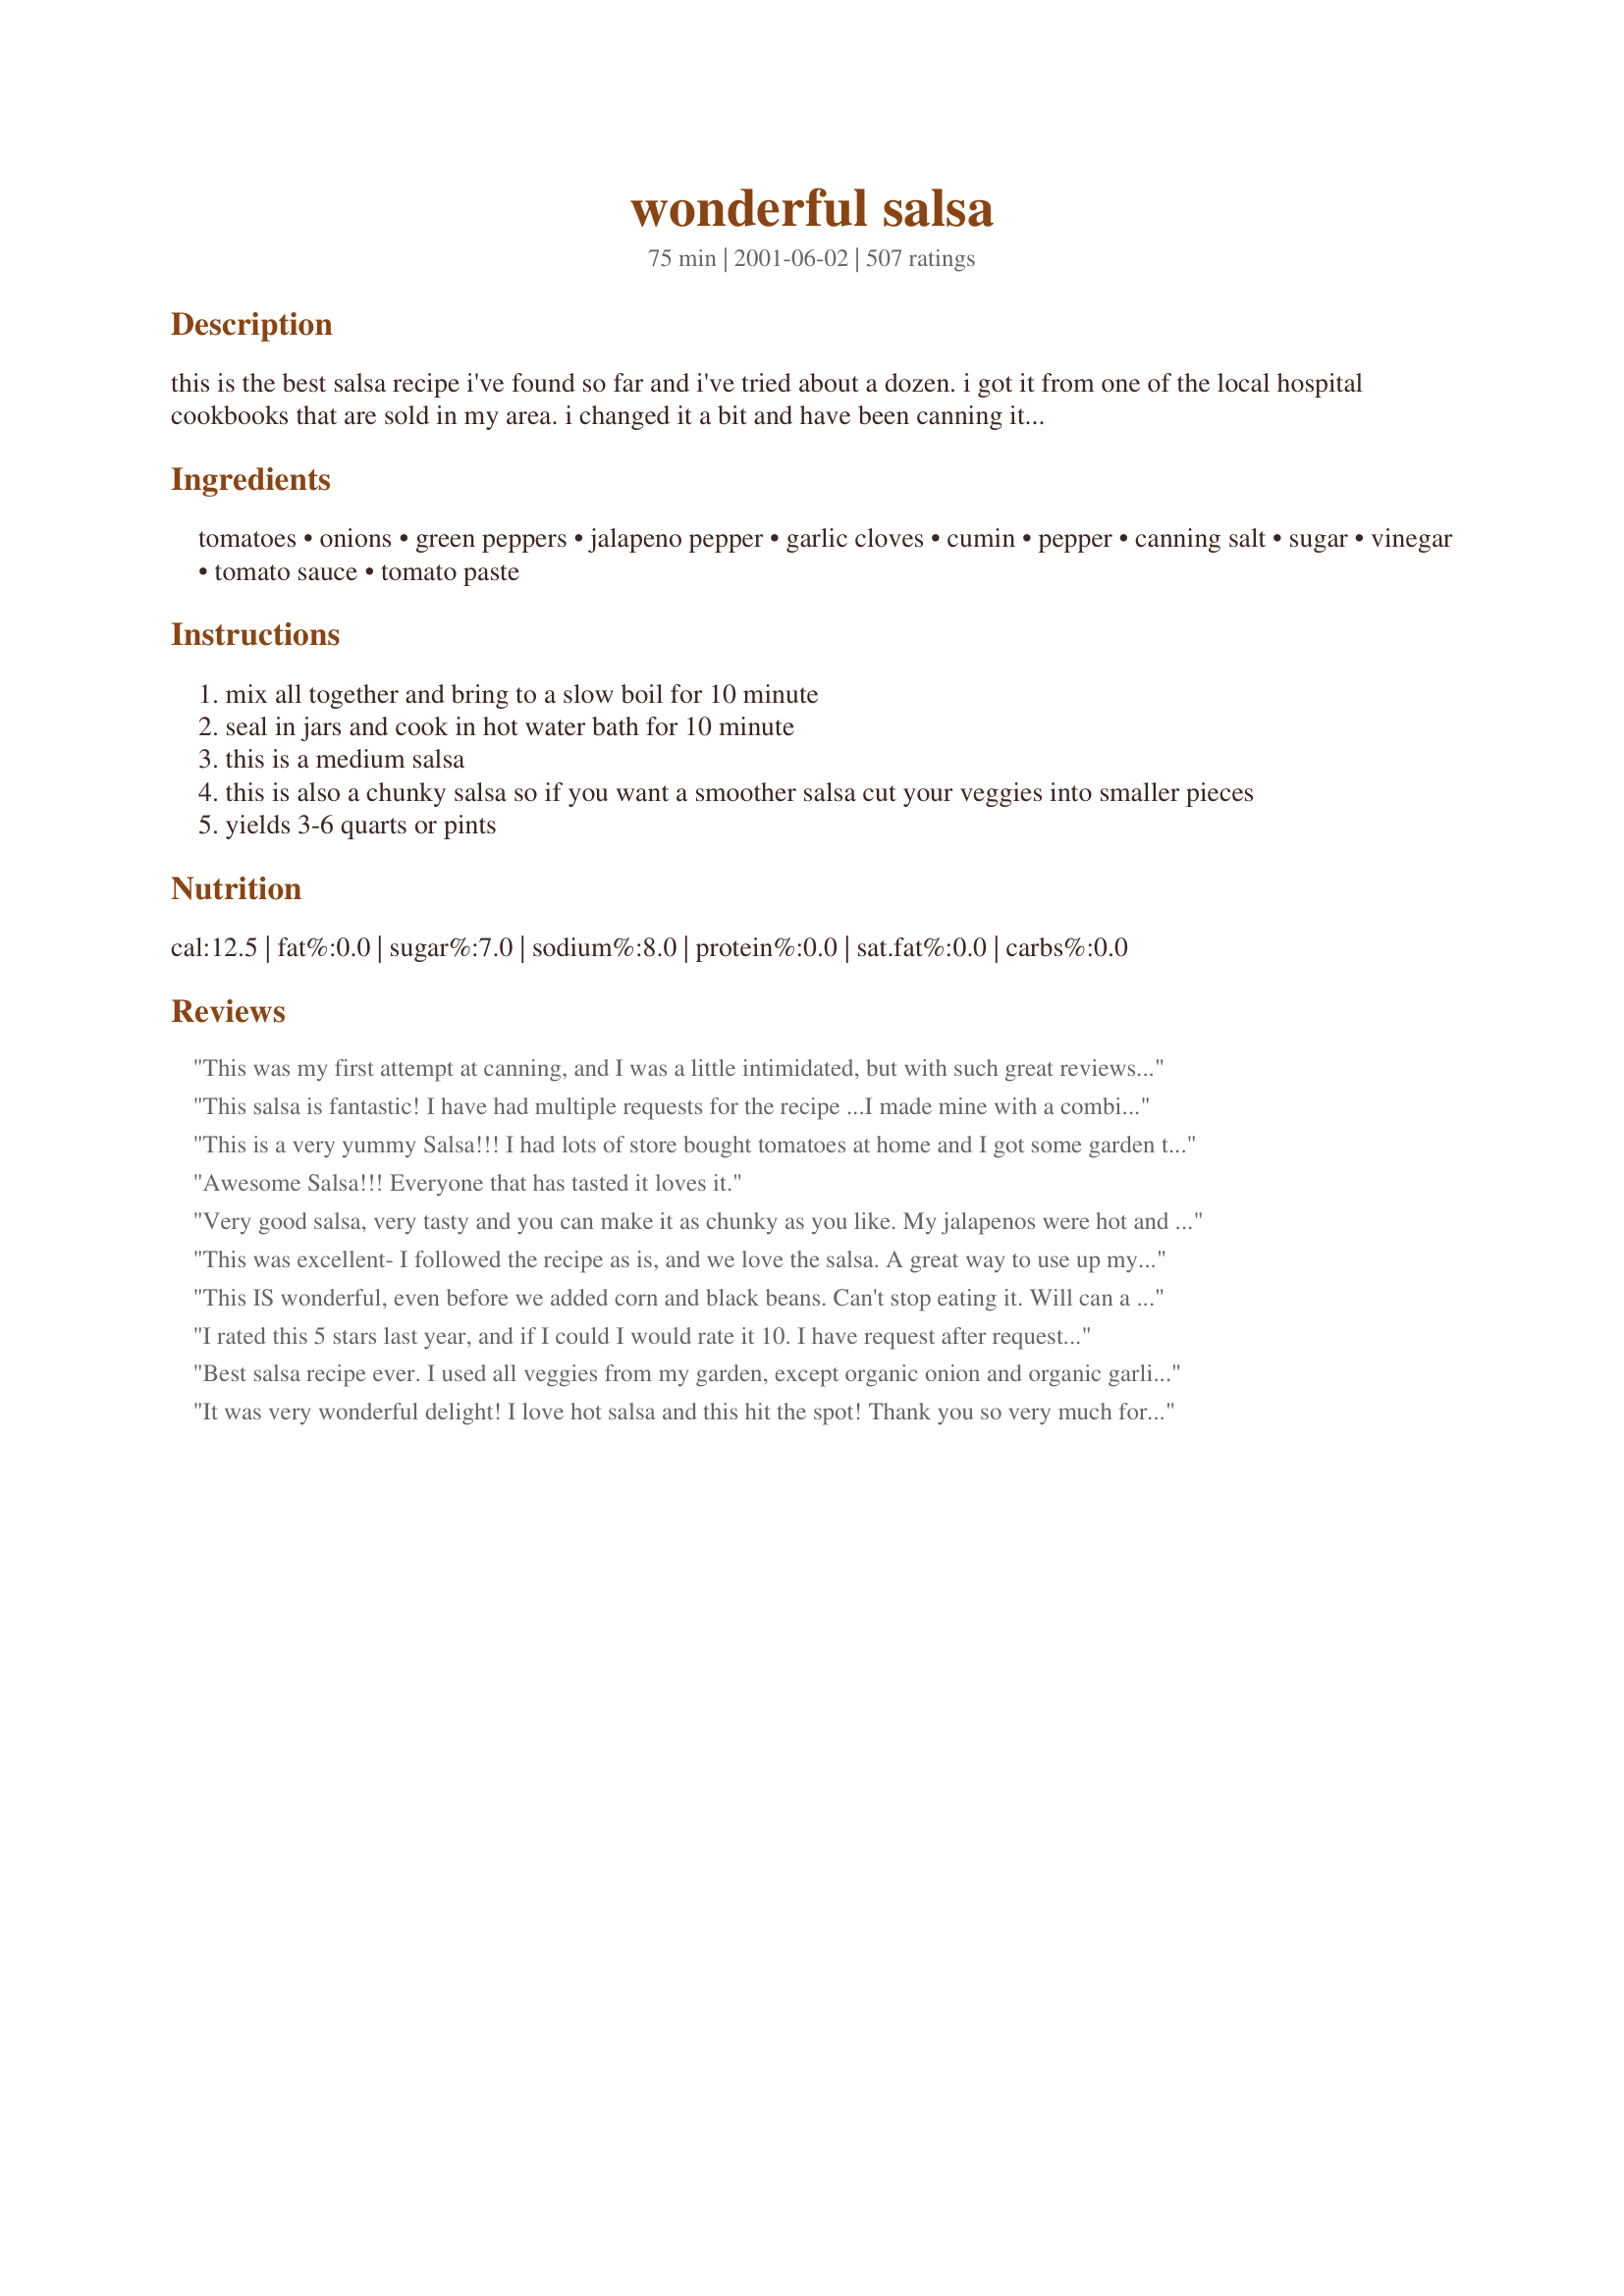
wonderful salsa
Preparation time: 75 minutes

this is the best salsa recipe i've found so far and i've tried about a dozen. i got it from one of the local hospital cookbooks that are sold in my area. i changed it a bit and have been canning it for years. the reason i plant a garden is for this salsa. we would be lost without it. hope you like it as much as we do. one of our members who is a food scientist took this salsa to work, tested the ph and found it measured under 4.0 (well within the safety limit for boiling water bath processing).

Ingredients:
tomatoes, onions, green peppers, jalapeno pepper, garlic cloves, cumin, pepper, canning salt, sugar, vinegar, tomato sauce, tomato paste

Steps:
mix all together and bring to a slow boil for 10 minute
seal in jars and cook in hot water bath for 10 minute
this is a medium salsa
this is also a chunky salsa so if you want a smoother salsa cut your veggies into smaller pieces
yields 3-6 quarts or pints

Reviews:
This was my first attempt at canning, and I was a little intimidated, but with such great reviews, I had to try it. I made this in my pressure canner and only threw in a spoonful of sugar. Otherwise, I followed it correctly. I like my salsa smoother, so thats how I made it. It is so tasty! just the right amount of heat. I cant wait to share it with my family!!
This salsa is fantastic! I have had multiple requests for the recipe ...I made mine with a combination of plum, red and yellow tomatoes. It is fantastic!!
This is a very yummy Salsa!!! I had lots of store bought tomatoes at home and I got some garden tomatoes from a friend..so I thought what better way then to use it like this. I only had about 5 cups of tomatoes so I used:
2 cups of onions
1 1/2 cups of green onions
1 tablespoon of jalapenios (just for the taste and I did not want it spicy)
3 cloves of garlic
1 teaspoon cumin
1 teaspoon pepper
less then 1/8 cup canning salt
NO sugar
less then 1/3 cup vinegar
1 can of tomato sauce
Almost a whole can of tomato paste

It turned out really really good!!! Thank you!!!
Awesome Salsa!!! Everyone that has tasted it loves it.
Very good salsa, very tasty and you can make it as chunky as you like. My jalapenos were hot and I left all the seed in so it made a medium hot salsa, which is what I like. I may cut back or not add the sugar next time, I will see how everyone else likes it before I change anything, the sugar is the ONLY thing I might change. A definate keeper, thank you for the recipe!
This was excellent- I followed the recipe as is, and we love the salsa. A great way to use up my tomatoes and chilis!
This IS wonderful, even before we added corn and black beans. Can't stop eating it. Will can a bunch!
I rated this 5 stars last year, and if I could I would rate it 10. I have request after request for a jar of the Salsa. It is gone before the jars cool. Thanks again Jazz- it is definitely WONDERFUL SALSA
Best salsa recipe ever. I used all veggies from my garden, except organic onion and organic garlic. I added 6 green habaneros, cause they weren&#039;t orange yet. I also only used 1 tbsp sugar because garden tomatoes are sweet. This is seriously good. I canned 6 pints a week ago. I am now making another batch with more habaneros. This will stay in my canning recipe book. Try it, you be addicted.
It was very wonderful delight! I love hot salsa and this hit the spot! Thank you so very much for this recipe!
OMG...this is the BEST salsa ever! I moved from Texas to Kentucky last year. My husband had a garden, but no romas. This year I asked him to plant me some so I could make my own salsa and this is definitely the recipe to use! <br/>I used all roma tomatoes and didn't peel them. I threw them into my Ninja chopper and saved a lot of time. I also added a "bunch" of cilantro. The smell while cooking was fabulous! I too used freezer bags instead of jars. Easy...easy...easy! My husband said we need to make more of this! LoL
My husband said this was the best salsa he ever had. The only thing different I did was to add 1 tablespoon of garlic salt instead of fresh garlic..which I didn&#039;t have. We love it. Thanks for posting.
Incredible. Our only change was to eliminate the sugar, as we don't like sweet sauces and salsas. Left the seeds in the jalapenos, so it's nice and spicy. Yum! Thanks for the recipe.
I signed up just to write a review. I am a good gardener, and every few years I try to bottle salsa. Every few years, I swear I won&#039;t do it again. All of the recipes taste too vinegary to me. Well, this one hit the mark. I added half of the cumin because we&#039;re not fans and 2 cups more tomato because I had them. This is a recipe that tastes like salsa and not vinegar. Thankyou.
i've been making this salsa for 4 years ...veryone in our fam and friends love it cant wait till make more.....
Delicious! When I make another batch next year I will decrease the sugar to around 1/4 cup for I found it sweeter than what I'm used to.
Excellent post Jazze22- Thank You very much for sharing this
I have looked everywhere for a good recipe for salsa that doesn't turn out watery. This is it by far! I doubled the recipe....the only thing I didn't double was the jalepeno amount. I also added some fresh cilantro. I processed my quart jars for 20 minutes instead of 10, then I turned off the heat and uncovered the canner for 5 minutes before removing the jars and letting them cool. Awesome recipe!!! Now if I can just find a spaghetti recipe that cans as beautifully as this I would be happy as a clam.
Great, Great, Great. I used the tomatoes from my garden, home grown tomatoes nice firm tomato making a great thick salsa. thank you.
I likewise have tried several other recipes for salsa and this is definitely the best one. I made my first batch exactly as the recipe stated and then made just a few changes to the next batch, cutting back on the sugar and using only the small can of tomato paste and it turned out wonderful. I have several family and friends who love salsa and am planning on giving it as Christmas gifts this year.
What a GREAT salsa!! I followed the recipe to a T (except I didn't find it necessary to peel the tomatoes) and it was absolutely finger lickin' good! DH and I can't get enough of it! I jarred one bottle, and I froze the remainder (in 2 ziplock containers). Next get together we have I'm whippin' out the homemade salsa :)
just really good and spicy salsa
~*~ Excellent Absolutely Excellent ~*~ The only changes made I used hungarian wax peppers. This salsa has the right amount of tang to it. I also strained the excess juice and canned it for soups or chili. Which made it a nice thick slasa. Thank you for such a great recipe.
we tried this recipe last year and loved it .so we are making it again .our familes ans friend raved over it .they are asking for the salsa
Seriously....WOW! I omitted the sugar and added chili powder instead of cumin. Omitted the green pepper as well (not very fond of them). This is just fantastic! I'm waiting for my jars to sterilize as I write this and I'm not sure the salsa is going to make it to the jars....again...WOW! Thanks so much for posting this recipe.
This is a flavourfull, guaranteed to come out great recipe!
Thanks for this one.
This Salsa is fabulous, my husband gave it a 10 and said it's the best I have ever made. There always seemed to be something missing in my other salsa recipes and I discovered that it was the cumin. I think if I wanted it milder I would reduce the amount of cumin but it adds such a dynamite flavor I wouldn't eliminate it completely. Thanks so much for posting it Jazze22
I can't believe I haven't posted my review yet - this is the second year I've canned using this recipe. I wish I could give more than 5 stars - this is fabulous! It has enough 'heat' and great texture - is nice and thick. I canned 47 pints of this last year and only have 4 left! We ate most, gave some away as gifts. Everyone who tries it raves and begs for more. The entire family loved it, including all the in-laws. This is now my permanent food assignment for family get-togethers. I changed very little - the recipe is awesome as it is. But in a few batches I added red hot chilis for more kick. I'm adding a couple of serrano chilis this year. Thanks for sharing it!
I quartered the recipe and made a mistake with the salt (I'm not used to cup measuring) but apart from that it was very nice indeed.
this salsa took a while to make. but it tasted great. i will make ths many more times.
Have made many times now -- I like my salsa spicy so I use 1 habenero pepper and I do not include any sugar. LOVE this recipe
I love this salsa! I added extra garlic. Thanks for posting this! Five stars from me!
We loved this recipe. My husband and daughter ate 1 quart the first day. We added 1/4 cup of cilantro to it.
I love the flavor, but I don't know it was so hot. I put in half as much hot peppers as called for and it still was too hot for us, next time I will put in a quarter of whats called for. Otherwise I wouldn't chage a thing.
I guess I'm the only one who didn't have a raving success with this recipe. I couldn't get the darn stuff hot enough! I added the whole cup of jalapenos and even some seeds, I even omitted the tomato paste (as to keep the salsa closer to fresca in texture), but when all was said and done my two batches cam out as just flavorful tomato sauce. Arg! I did enjoy the flavor though so I think this recipe is worth tinkering with. Sigh... next canning season.
Just made this salsa. I hadn't even closed the page before I wrote this review. We are eating this right out of the pot. Sooooo good. I added 2 cans of crushed pineapple and it is amazing. Great job and thanks for sharing.
Sept. 20, 2009
Just needed to update my review. I have been making this recipe for a couple of months now. It seems to get better every time. My manager took our staff out on his boat this weekend... I broke out the salsa, made the night before with fresh peppers out of the garden. There were so many people trying to eat the salsa at once, the boat tipped forward and started to take on water. It is now known as Boat Sinking Salsa.
Hubby eats salsa all the time...he said this one was OK, but I think it was because it was hot, in the spice sense. I plan on making it again (I have an overabundance of tomatos from the garden), but using less jalpenos and less cumin. I thought it was good, just too spicy. I am keeping the recipe though, it will make a great christmas gift to my family members who like hot salsa. Thanks for the recipe! :o)
I made this last night and it is delicious!! I used Kosher salt,a s I had no canning salt, and cut back on the jalapenos a bit. Perfect!!
Yummy, Yummy! This is my first year canning and I am so delighted with how this recipe turned out. I thought I would just try this recipe to improve my canning skills.... what was I going to do with a gallon of salsa? I am ashamed to say it has been 2 weeks since I made the first batch and it was gone the first week. I have since made three more batches... supposedly for the winter, but this salsa will never make it to October. My family is even taking orders. Next year we are planting more tomatoes! Thanks, this is a great recipe. Oh yeah, I did add cilantro about a half a cup.
I wish it were possible to give extra bonus stars for spectacular recipes. My DH & DS love this recipe so much that they don't want to touch the store brands any longer. Which means I am going to have to can some more from store bought, instead of homegrown, tomatoes in the dead of winter in Michigan! When I make it I use 1/2 cup + 1 Tablespoon of canned jalepenos per batch. We also only used 1 cup of green peppers since my DS doesn't like them. We added 1/2 cup chopped celery instead of the other 1/2 cup of green pepper called for in the recipe so that the proportion of other vegetables to the tomatoes wouldn't change. I also added 2 teaspoons of dried cilantro per batch. Quantity canned was about 7 1/2 pints per batch. The second batch I decreased the jalepenos by 1/2 to make a milder version. If you like salsa HOT you should increase the jalepenos. This recipe makes a medium hot salsa. However you make it...It's great with flavor!!! None that we have ever tasted is as good as this recipe! When DH's Uncle tried this for the first time(the med.hot version)...he said to his DW..."please make some of this this summer...but make it a little milder. It's a little too spicey for me!...But boy is it good!!!"
I've been using this recipe since I found it in 2013. Luckily have access to a beautiful garden where I grow most of the ingredients. Every salsa I've given out has gotten rave reviews and requests for more. Because I like to try new things I have tried other recipes in small batches only to find this is still the best recipe out there. Thanks for keeping it posted!
I felt compelled to review this one. We LOVE salsa. I make fresh all the time and I have a salsa recipe for canning from my grandmother that we all love. I am always looking for another, just in case something else will "blow us away". Well this was NOT it. Heat factor is good (that is totally subjective and an be varied of course by adding more or fewer seeds etc) but it does NOT taste like fresh salsa, not even before processing it. And I do not want to go thru the trouble canning salsa that ends up tasting canned. I think the tomato paste and/or tomato juice is the death of the recipe. I will re-review the recipe in about a week. We'll see if just sitting in the jar for a bit will help. And later month or so maybe even going back and making it w/o the paste and juice and seeing if it helps. Maybe I should stick to what we love Grandma's recipe.
This salsa has a great flavor. The measurements were spot on and final product was exactly as posted. I had exactly 6 pints per batch. I did cook this longer but we live at a pretty high altitude so that would explain the need for longer cooking time. This is a definite keeper. Thanks for sharing!
Delicious! I am so glad I came across this recipe! I made a batch 2 weeks ago and it is all gone, making a double batch tomorrow! I love that it doesn&#039;t have cilantro in it, my husband and I are both a part of the population that thinks cilantro tastes like soap - I put some parsley in at the end before canning :) and since we love it spicy I added more hot peppers! Thanks for sharing!&lt;br/&gt;&lt;br/&gt;&lt;br/&gt;UPDATE 8-19-2013 - that batch didn&#039;t last long! Made a double batch this weekend - everyone loves it! Thanks again! UPDATE 9-3-2013 - made the last double batch with more Serrano peppers hoping to slow them down from eating it so fast - it didn&#039;t work making another double batch today!
Made this salsa last night. I added a lime, 1/2 cup of cilantro, tripled the garlic and a few cayenne peppers. I also reduced the sugar to 1/4 cup. It has a good Kick and IT IS MARVELOUS!! I gave a jar to my mom and she called to say that was her dinner last night, She loved it! Will definitely make again, Merci!
This is really good. I like to add cilatro for an extra kick.
This recipe is fantastic! I made it the other night and was a little worried that it would be too hot after seeing the amount of jalapenos the recipe called for. It ended up to be perfect, a mild-medium salsa. Next time I would increase the jalapenos a bit for some more heat otherwise make no changes. Again, this was great, the best salsa recipe I've ever made!
This is by far the best salsa recipe I have ever made and I've made several. I am planning on makeing 2 more batches next week.
Thanks for a wonderful recipe!!!
I have made this twice now and each time I adjusted the hot pepper levels and it is a great recipe to make. Remembered to wear the rubber gloves for the peppers. Great stuff.
this is year 3 on making this wonderful salsa.i've even out this recipe to so many people.they all just love it.
This is probably the best salsa I've ever eaten. My family will no longer eat the jarred store bought. And the more I can the more they eat. I had to make double the batch this year and hope it will get me thru the winter, as I only like to use fresh tomatos. YOU CAN'T BEAT THIS ONE! A BIG THANKS!
Can I add cilantro to this recipe? Would that spoil things for canning???
Very, Very good starter recipe, I pumped up the volume on the Jalapeno's and added a couple of fire roasted harboneros too along with a whole lemon cut in half. We called it "Slap your Sister Three Times" salsa. The three times for the fire in the salsa. Thank you for a wonderful basic recipe!
I followed this recipe as directed and only added 1 cup fresh chopped cilantro. This is a great recipe....we made 5 different ones and this was the 5 star. The one cup of jalapenos I used also had mixed in with them hot banana peppers and the 1 1/2 cup of green peppers consisted of a little celery mixed in...(it was in the fridge feeling lonely).I thought it was like a low medium for heat....although that is subjective. This is the best!!!!!!
This is a great recipe. I will modify my second batch with some real hot peppers - ghost peppers I have grown and apples to sweeten instead of sugar. If it is still too hot from the peppers just add more tomatoes. Enjoy, I love making salsa and do it every year.
I doubled the cumin and reduced the sugar to 1T. It is full of flavor with a bit of a bite. It was a big hit with salsa lovers and non salsa lovers alike. It's a keeper!!!!!!!!!!
This is OUTSTANDING! I used a cayenne pepper instead of a jalapeno because I didn't have jalapeno. The salsa was still mild (which is how I like it). I also put the tomatoes, onions, and peppers in a food processor and briefly chopped them as I like salsa that is somewhere between smooth and chunky. The next batch I will make hot to suit hubby's taste. This recipe goes in my annual canning cookbook. I'll most certainly be making this again. Thanks!!!
This is the best of all the salsa recities out there, and I have tried almost all of them. I get requests for this recipe all the time, and at parties, everyone asks that I bring my salsa. The great thing about this recipe is that you can make it as hot or as mild as you like, just adjust the amount of cumin. An awsome recipe!!!
I altered this recipe quite a bit, but the outcome was absolutely spectacular. I added juice of one lemon, one more cup chopped tomatoes, little more vinegar and salt, almost twice as much cumin, cilantro, and only 5/8 cup jalapenos. I think maybe next time I'll leave out half the tomato sauce or just do away with it and leave the paste because before I added that, it had an overwhelmingly "fresh" taste. It definitely tastes fresh now after adding sauce, but not as chunky and a little less fresh taste. It's "saucy-er" - there is that underlying tomato sauce taste.<br/>Kudos though for the great and simple recipe!
This Salsa recipe was absolutely easy to make and outstanding in taste! And I am a real hard person to please when it comes to the taste of Salsa. This recipe comes very close to a well-known brand that I currently buy in the stores today, and I never thought I would find a recipe and be able to make anything that would come close to it. Thanks again for this recipe; it will stay as one of my favorites in my cookbook!!

Homestyle Cookin' Momma
i love this recipe . i cooked my salsa down so it was nice and thick and left out the sugar . thankyou for the recipe
This is by far the best recipe I have made for salsa!!!! My family loves it, It has a little zest at first but after a few days it is a medium salsa!!!
If you BWB can this salsa, these are the current directions for salsa making from the NCHFP: 
Wear plastic or rubber gloves and do not touch your face while handling or cutting hot peppers. If you do not wear gloves, wash hands thoroughly with soap and water before touching your face or eyes. 

Peel and prepare chili peppers. 
Wash tomatoes and dip in boiling water for 30 to 60 seconds or until skins split. 
Dip in cold water, slip off skins, and remove cores. 
Coarsely chop tomatoes and combine chopped peppers, onions, and remaining ingredients in a large saucepan. 
Heat to boil, and simmer 10 minutes. 
Fill hot, sterilized jars; wipe rims and place lids. 
Screw on bands finger tight. 
Process pint jars in boiling water bath for 15 minutes up to 1000 feet elevation; 20 minutes at 1001 - 6000 feet elevation; 25 minutes at higher elevations.
This is the first time I have canned salsa and this one is AWESOME! I'm going to make another batch because everyone that tries it will want some.
This is the best. I've made two batches and used Cherry Tomatoes from my garden. For the second batch, I added one extra teaspoon of Cumin and a little more hot peppers to make it hotter, more like a Medium hot. I also froze the salsa instead of canning it and used the Gladware containers. I had read a warning from the Cooperative Extension not to can salsa because the vegetables in it make it unsafe to can. I will make this salsa for years to come.
Delicious! I left out the cumin and sugar as the tomatoes were fresh out of my garden, added more jalapeÃ±os and a couple tablespoons of hot chili-garlic paste. Also, After it finished cooking added the juice of one lime and about a cup of chopped fresh cilantro leaves. My whole family absolutely loves it! There isn't enough left to can it so I will make another batch to freeze or can! Thanks!
Just got done making this. It tastes awesome, great texture, not too runny. I did add a teaspoon of habenero flakes for some extra kick. So far this is the best.
Excellent! It's hard to find a good salsa out there. This has just the right zip for my taste. I did reduce the sugar. To make the chopping go faster, I used a food processor. That made it just the right consistancy. This will be my go to salsa recipe from now on. Thanks!!
I didnt want to run to the grocery store so made do with what I had in the house..I used 2/3 cup peperocini peppers and 1/2 cup jalapeno..I used 6 pounds fresh garden tomatoes..I used 2-8oz tomato sauce and cut the sugar to 2 tblsp...We believe this to be the BEST salsa we have ever tasted..The flavor was wonderful,not too tomatoey,or too sweet or too hot...I will be making this recipe from now on..Thank You so much for this recipe..
One more 5 star review can't hurt right! This is an outstanding salsa! Super easy to put together and the family loves it! Thanks Jazze22!!
I think my husband and his friends may flounder on this, it is a wonderful snack and addition to many meals . I have canned over a case of this and will be ready for the garden harvest to make more.
Sounds good, but I make a homemade salsa also. I use Roma tomatoes, NO sugar, (my family likes things hot, not sweet). I add cilantro, garlic, and lots of lime juice! It's delicious!
this is an excellent recipe. I have made three different batches. I do add celantro..thats the onlt thing I add averything else I follow the recipe.
I just made this recipe this morning. I added some tomatillos and some mild peppers. Other than that I followed the recipe exact. It tastes fantastic!!! I used Cherry tomatoes that were given to me. I use a hot water bath and went 15 instead of 10 minutes. Can't wait for my husband to taste it. Thanks for the great recipe and reviews.
Fantastic!!!!! I just made 10 MORE pints to satisfy my hubby! This is great salsa - thanks so much for sharing!
This is a terrific recipe. Very easy to can and wonderfully DELICIOUS!!
during the summer on sundays me, my mother and grandmother pre make and can foods for winter and today tried this salsa. it smelled just like salsa should. we tasted it early with some chips.. it was a little too sweet... but we still kept diping chips into it... we will aslo try less sugar next time... thanks it was great!
Okay, this will be the 4th batch. Yall just have to try this. Everyone wants more. I do most of the chopping excluding tomatoes in the food processor and it comes out great. It really is wonderful salsa!
Change the name to AMAZING Salsa! Folks, it is THAT good! I'm the experimentalist so I tweaked things a bit. I added a can of chipotle peppers in adobe and additional peppers (e.g. banana, manchuria, etc.) in addition to what is already listed becaue I like it hotter than this. ALSO, I used an hand blender (immursable) so that it wasn't as chunky. I have added fresh cilantro to some batches because I love that taste as well. I made this all during the summer and canned over 50 quarts from my garden. People at my office cannot get enough of it and are all secretly hoping that I give quarts of it as a Christmas gift to them next week! LOL The possibilities are endless with this recipe. Adjust according to your taste. BETTER THAN STORE BOUGHT!!
I made two pints of this for my first ever salsa. I canned them this summer and this is the first time using the salsa. A bit too sweet for me but DH said it was great. Will try again next summer with more home grown tomatoes.
It was the first time I canned salsa. It was good and I read through lots of reviews and made my own:) I replaced vinegar with apple cider vinegar, i added Chili powder, Garlic powder, red pepper flakes and 1 big red sweet pepper, cut sugar into half, cut tomato paste half. I did not have enough fresh tomatoes and so i replaced 3 cans of organic tomatoes. I did most of the chopping by processor but leave a can of tomatoes as chunky.. you have to try how hot you like by putting more or less jalapeno.. I made 3 quarters and sure will make more into smaller jars:)
Just made and canned this. Tasted great but I had to add 3 teaspoons Tabasco sauce. I'm assuming the ones I got at grocery store weren't very hot.
I made this salsa according to the recipe except I cut back the cumin to 1 teaspoon. My child who doesn't like onions and peppers absolutely loved it. I took it to work and everyone loved it there, too! It's a great tasting medium-hot salsa.
This is the best home made salsa, it tastes better than the store bought ! I used only 1/4 cup of sugar and it is perfect. Thank you very much for sharing this recipe. Sue
I have made about 50 pints. Everyone loves it, but I am getting requests for hotter. Today I am going to add more peppers and more cumin. Thanks for a wonderful recipe.
Got to try!!!
I have used this recipe for the past two years and my family loves it. This year I lost my printed recipe and was in a panic! The computer I had it saved on crashed a couple of months ago and I couldn&#039;t recall the name of the recipe. I was searching the internet and am thankful I came across a blog by someone who had Jazzee22&#039;s permission to print it. Of course, she loved the salsa as much as we do. It&#039;s the reason we plant extra jalapenos and tomatoes. Thank you, Jazzee22, for sharing this fantastic recipe. I&#039;m making extra copies!
We can salsa each year and usually use the same recipe each year. This year we were looking to try something a little different and were very pleased with this recipe. It has great flavor! The cumin adds some zest to it. Thanks for sharing it!!
Amazing salsa! First time I've made salsa, and I was impressed. I'm glad it makes a lot because it was a lot of work, especially with peeling and chopping all those tomatoes. Better than store bought.
Great Salsa. I did add 1/4 cup of cilantro, 4 Habanero Peppers and the juice of two limes, but an excellent base for Salsa.
This is an awesome recipe. I didn't add the can of tomato sauce because I didn't drain or peel my tomatoes. Other than that I followed the recipe. This turned out hotter than my husband's HOT recipe but we like it. I think you can adjust the spiciness by adding less jalapeno (and omitting the seeds) and a little less cumin. I also liked it because of the cook time and it still stayed thick. My other recipe that I canned both this year and last year, you have to simmer it for 4-5 hrs. Takes too long. This will be my new recipe (even if a friend of ours says I cheated by using canned tomato paste!!) :o) Thanks for sharing.
Awesome flavour. Since the other reviews said it was pretty mild, I added 2 Habanero chili peppers and 1 super chili. It's a nice medium-hot that way.
My family says this is the best salsa ever. I don&#039;t usually like salsa and I loved this one. I tweaked the ingredients to better suit their tastes but overall followed the recipe - just changed the amounts and used Roma tomatoes. After tasting the first batch, my husband asked me to make more while our tomatoes are plentiful. I&#039;ve already made a 2nd batch!
This was my first time making salsa. I didn't use any sugar as my home grown tomatoes were very sweet. We love it. I'll be making more till all the tomatoes are gone. Thanks!
Great Recipe!!!! The whole family loved it...actually had to hide the jars so it will last through the winter. I did make a small change and that was I used, 1 1/2 cups of various peppers from the garden like red, yellow and green.
The best salsa recipie we have come accross. This is the 2nd year we are making it. We normally make 50 liters of it and it is gone by christmas. I do make it much hotter, by subsituting the Jalepono peppers with the " Hottest" peppers available in the market and does it ever pack a punch..just Love it.
Two words: DA BEST! Made a few minor mods: halved the sugar (as I used sweet onions), doubled the garlic (love garlic!), added 1/2 cup of freshly chopped cilantro, the juice of 3 freshly squeezed limes, used kosher salt, used a variety of peppers (green, red, yellow, banana). Other than that - followed the recipe as suggested. Second year I've made this - had no problem with spoilage. 10 minute hot bath was sufficient. Everyone who tried it loved it (even those that are not big fans of salsa). Thank you Jazze22! Tina from Berwyn, IL
This was my 1st time canning salsa, and it turned out great! I used a pressure cooker to can it. We used our food processor to chop up the veggies, which cut down the prep time alot! I'm planting my first garden this spring, just to make tons more salsa! Thanks for the great recipe!
I made 1/4 of this mixture for Miss Annie's oven fried chicken chimichangas Recipe #28148. Not being fond of spicy foods,I processed everything w/o the jalapeno peppers. Outcome: there was still a bit of spice but it wasn't so strong so it was all good! In fact, I should have made more of it! Thanks!
This is an amazing salsa recipe, I have never made homemade salsa before and this has turned out a treat. Everyone just loves it, may have to put another batch down before the end of summer here, thanks so much I will never buy store bought salsa again!!
I made this recipe a couple of weeks ago; when tomatoes were ripening.Followed the recipe, except for adding a can of black beans and a can of whole kernal corn to the mixture as it simmered. I enjoy 'Walmart's great value Black Bean and WhiteCorn Salsa.. I sampled the salsa as it was cooking and thought that it was quite a bit like theirs; so in went the corn and beans. Wonderful Salsa just like the name says. Thanks for sharing. jimsjunque
This will be the second time canning this salsa. My family loves it. This will be the only salsa recipe I use.
This truly is wonderful! I used less hot peppers and chose more of the sweeter variety peppers. I also added celantro and black olives. My non-salsa eating family eats it with chips, on chicken, and with pork. Thanks for sharing you recipe!
I have canned this salsa every year for the past three years. My family loves it. I have stopped buying salsa from the store because of it. I make about 5 dozen pints of this each year and it gets my family through until the next vegetable harvest the following year. An amazing salsa! Thanks for submitting the recipe.
This was GREAT! First but not the last time for making salsa. Next time I think I will put in the blender so it will not be quite as chunky but will not change anything else about it. I also froze it instead of canning. PS opps....forgot the 5 star rating!!
Deserves its name . The only salsa that my kids cant get enough. Followed recipe and was spicy enough just the way it is.
This is truly WONDERUFL SALSA. Everyone I serve it to loves it and wants the recipe. This goes in my favorite recipes.
Karon
Had a bunch of fresh tomatoes to use, and am so happy I found this recipe. Loved it! Rather than process the jars, I cooked a little longer, jarred, and stored in the fridge. Will make a batch with cilantro added, too. Thanks for sharing the recipe!
I've tried alot of salsa recipes over the years and have always searched for just the right one. Well I have finaly found it!!! This recipe for wonderful salsa is the best!!! I also add 1/4 cup fresh chopped cilantro right at the end of cooking. Thanks for the great recipe!
One of the best tasting homemade salsa I've had. Not difficult to make, I followed the directions very closely. Used half the recommended cumin, as compared to store salsa I would say this came out between medium and mild heat level. Next time I make it, I'm going to try the full cumin suggestion to compare. Great tasting salsa!! Try it.
This is the BEST salsa recipe ever. I added more tomato sauce because we like a smoother, thicker salsa. The flavors blend nicely. My kids can hardly wait for it to be done! I'm thinking about trying to can some in the winter...using canned tomatoes (chopped in food processor). Has anyone tried this yet? Thanks
This is the best salsa ever !!! I made 4 batches in the past 2 weeks. I like cilantro so I added a handful and some lime basil. My husband suggested corn and black beans , 3/4 cup of each, for the last batch and it was very good also. Thank you !!
Joshua look it up on food com
I had very high hopes for this recipe... I halfed it and got enough to fill a fridge container so I didnt can it (I wanted to try it before canning it)... I used equal parts of red, yellow, and green pepper and also used a combination of red and yellow onion... I just salted to taste because that much salt seemed excessive.. and sprinkled just a dash of sugar even though I used tomatoes out of a can... for a halfed recipe I cut up 1.5 jalepenos and left the seed in... it turned out to be perfect HOT salsa... nothing medium about it... but it doesnt burn your mouth to the point where your tastebuds go numb :). I only boiled for about 4-5 min and added 1/4 c.-ish cilantro last. Very zesty and not TOO thick like what I thought it would be... I'd definitely suggest halfing the recipe the first time to make your own tweaks as well as slowly putting in the jalepenos to figure out what level of hotness you want... p.s. it was way hotter than when after I boiled it for a bit. and when you use all the different types of veggies it really gives it a great color! :) Thanks for a wonderful recipe!
This is a great salsa recipe! We only used 1 T. sugar and added a handful of cilantro. We chopped the tomatoes by hand and put the garlic, onion and peppers in the food processor. We like this salsa better than our favorite authentic Mexican restaurant!!
Perfect Salsa! I canned 12 jars this year and have tried different types of tomatoes. Used all roma tomatoes once and it came out to paste like,these tomatoes reduced down quickly and made a smooth salsa. Not too happy with the result but the taste was still great. Also,tried all early girl tomatoes and needed to cook it a bit longer to reduce the water content. the best result I've found is a combination of the romas and early girls. Fantastic recipe. I also experimented with the hot peppers and reduced them to 1/2 cup for a milder salsa. I did a taste test with the different versions for a party and the winner was... The combination of tomatoes and less jalapenos. I will be making this recipe for many years to come. Thanks for sharing.
This is my first time at making salsa and the house smells good. Its still cooking but won't be long to go, I have the corn chips ready and can't wait. Many thanks. Just had to let you know its all finished and its unbelievable. Of course I had to sample it several times for quality tests, will be making this again.
AWESOME SALSA !!!!!!!!!!!!!!!!!
Over 8 people in my family tried it, and all of them loved it... so it was devoured FAST! :)
I tried this recipe last year, after the 1st batch I made 3 more. My famiy "loves" this salsa. This year my husband helped me and we have made 3 double batches (20 quarts)!!! My sister recently asked me for the recipe. All her family members have given it great reviews! Thank you!
Delicious. My hands are on fire though because I forgot the gloves. Don&#039;t forget to wear gloves when chopping jalape&ntilde;o peppers!!
This is the perfect salsa recipe! The only thing I changed was the amount of jalapenos as we can't have much spice/heat in our family. I make this every August and give it out as gifts, everyone always begs for the recipe:)
Excellent. This was VERY sweet I thought, but my husband loved it, declaring it possibly the best salsa ever??!! Was easy to make, I added some cayenne for extra zip. Loved the sweetness followed by the bite of hot.
I have made alot of salsa, and this is excellent. 
I couldn't find my cumin, and didn't have fresh 
jalapenos,so I used some pickled and it still 
turned out great! Thanks.
Perfect. From now on this will be the only way for us to have salsa. Thank you for sharing.
this is the best receipe i have ever found also - i use 2T honey instead of the sugar - mmmmm
It seems kind of pointless to add another 5 star review, but this is a fantastic recipe! I got 5 pints out of it, with enough left over for a little snack. Before being processed into jars, I found it to be a little sweet for my taste, but I just opened my first jar, and the taste is perfect! I've never canned anything before, and this recipe is easy to make and a definate confidence booster. I'll be making this alot. 

BTW, I found that an easy way to peel that many tomatoes (shamelessly stolen from Marcella Hazen) is to cut an X in the bottom and drop them into boiling water for 1 minutes. Then drop them into ice water to stop the cooking. The skin slides right off.
Thank you so much for this recipe. I had been searching for the perfect salsa and this fills the bill! Linda C. from Kansas
My family says this is the best yet of all the different salsa I have made. I had never put in tomato sauce or paste and it really thickened it up. The color is bright with not having a long cooking time.
Thank you for such a wounderful salsa recipe. I too am a newbie to salsa making and this was my first attempt and the only recipe I will ever need. I gave this to family members and everyone loves it. My MIL said it's the best she'd ever had and told me she'd had tried just about every brand out there. I will be giving as X-mas gifts this year. The only change I made was to add a bunch of chopped cilantro because I love it so much. I don't have a food processer(never needed one) so I ran the ingredients through my french fry cutter worked great I thought I was a GENIUS for thinking of it HA!HA! THANKS TONS AND BUNCHES!
This is a great salsa! Made one batch three days ago and liked it so much that I doubled the batch and made more last night. I now have 24 pints!! The only variation I made was less sugar.
I have been looking for a salsa that not only had a good consistancy, but also kept its flavor after being canned. This recipe is it! It truly is Wonderful Salsa!
The best ever salsa
We have made it for 5 years, and have shared with family and friends, we give it away with chips for Christmas,,,,never had anyone who has not liked it. 
THIS IS THE BEST EVER. Doing the math for 16 pints was the hardest part...Tom
Awesome! This recipe was how I was introduced to Recipezaar. A friend of mine made the Wonderful Salsa and gave me the website and recipe number. I haven't had all the ingredients on hand until today, so I finally got to make my own batch. I inadvertantly added two extra cups of tomatoes, and I purposely omitted the jalapenos. It's a fabulous salsa. I'll never buy the store stuff again.
I made my 2nd. batch yesterday. The title as absolutely correct. I did not use cumin because of a personal preference, but added additional jalapeno peppers. I will definitely make more to last thru the winter. Thanks for sharing
This is absolutely the best Salsa recipe that I have ever used !
Very good raw! My only complaint is that it uses WAY too much sugar. I used 1/4 cup instead of 1/3, and it was still too sweet. So I would use even less next time. :)
Very easy, thick and chunky salsa with mild heat. Used a small can of tomato paste and a smaller can of tomato sauce and 2 tbsp of sugar. Tastes very much like the best bottled salsa from the store. Next time I will omit sugar, out tomatoes from the vine were sweet, increase vinegar for that nice bite, add coriander and a hot pepper..and maybe corn or chipotle. Great base to work with, so much can be done with this! Thanks! BTW, this went so fast it never did get bottled :)
Wow! I will never buy commercial salsa again! I used fresh cherry and roma tomatoes, jalapenos, and bell peppers from my garden. The flavor is amazing. This is great with black beans and corn added (although I&#039;m not sure it&#039;s safe to can with them). I only add about half the cumin, and I never peel the tomatoes. Thank you!
Outstanding!!! I love salsa and can eat an entire quart jar with chips at one sitting :) I liked it alot the first time I tried it but wasn't sure it was worth the time. Shortly after running out of this batch, we bought our 'old favorites' from the store and at a restaurant. The 'old favorites' were not the same as we remembered them, and now we don't even want them. Needless to say, we came back to the best salsa recipe and made 2 batches to stock up on. Thanks for this great recipe!
Love how this salsa turned out. It is delicious. Now I have a recipe to use my tomatoes and cherry tomatoes. I will be freezing as much as I can to use later. I did add several more hot peppers — one habernero, some Serrano’s and a caribe. It was even hot with what I added. I only used about a tablespoon or two of the sugar and put a small amount of cilantro in towards the end of cooking. I cooked this for about an hour on the stovetop and used my immersion blender to blend everything together into a sauce with no chunks. Looks and tastes like restaurant salsa. We have family members that don’t care for any texture. Thanks for the recipe.
This is BY FAR the BEST salsa I have ever tried,and I am a salsa freak. My wife can't make enough of it to supply our family and my co-workers. My co-workers begged my wife to can this and sell it,which she has finally agreed to do. One person alone has bought 5 jars already,in about a week of selling. She left out the jalepenos for those requesting a milder version. Thank you so much for this WONDERFUL recipe. GOD BLESS YOU ALL !!!!
This is an awesome salsa recipe! I use 1 cup of vinegar instead of what is called for in the recipe. I keep the jalopeno seeds if I want it hotter and leave them out if I want it milder.
I have been making salsa for several years, but wanted to try a new recipie. This one is by far better than the one I was using. I doubled the recipe, I have tons of roma tomatoes in the garden, and I followed the recipe but only used half of the jalapenos, and added some fresh cilantro. It had the right amount of hot for me. It made 13 pints of salsa. Took some to work comments were this is the best salsa I ever had! So if you are looking for a new recipe try this one you won't be sorry.
This is a great recipe. We joined a CSA this year and I've been giving the tomatoes away (not a fan). I halved the recipe both times I made it and used just a pinch of cumin on the 2nd try. I also over did it a little with the hot peppers, so.....lesson learned! Great use of veggies and so easy to make. I froze the tomatoes like someone suggested and they were so easy to peel! Thank you!
I've tried several salsa recipes this summer, and this was head and shoulders better than the others. I tend to think canned salsas are usually too vinegary, but this was very pleasant. I made it extra hot by increasing the amount of jalapenos and adding a habanero. It is very easy to adjust the heat in this recipe. I also added a little extra garlic. This will become my regular salsa recipe for canning.
Fantastic salsa recipe... the hundreds of great ratings are well-deserved.
Excellent!! Everyone who tries it loves it!! I made a milder version by not putting as much cumin in it and it's great!
Absolutely wonderful! I had never made salsa before trying this. Everyone in my family loves it!
Hi there, quick question...what does a hot water bath mean....does it mean I seal the salsa in the mason jars and sit them in hot water for 10 mins? Appreciate the help, thank you and Happy 4th.

Sal
This was perfection!!! It doesn't get any better. What a great recipe. It puts the store bought stuff to shame. You should be out there selling this stuff.....I know I'd buy it. Great Salsa, Thank you
Good recipe but very watery. I have made it 4 times and the first time I followed the recipe exactly and it was so watery I had to strain it and removed 1 litre of liquid and it was still too watery. We like our salsa thick like the ones you buy. Since then I have had much better results. This is what I have done and will do in the future. Follow the recipe exactly except to omit the tomato sauce (just the paste), only half the green pepper (capsicum in australia) and sub the rest with chopped up tinned peaches-I prefer nectarines but they are not in season at the moment-, no sugar and I added 10tbls of arrowroot mixed with a bit of water to thicken it. I can't imagine it without the thickener. The other change I made was to not peel the tomatoes. I did that the first two times I made it but have since just choppped and strained them. For the effort involved I don't think peeling them is worth it. thanks for posting the recipe
This salsa is the best I have ever had! We are on our last jar and are pretty sad about it. I can&#039;t wait to make more this summer!
This is my third batch of this salsa this year. The first two batches turned out excellent. I did vary the recipe slightly using half apple cider vinegar and half white vinegar in all tbree batches. I have also varied the amount of jalepenos in all the three batches for hotter and not so hot tastes. This is my first attempt at making home made salsa and i am glad i found this recipe.
I found this recipe to be just perfect for the taste I was looking for (not too hot). I used 2 green Jalapeno peppers and added about 1/4 c. chopped cilantro. Most of the vegies I chopped in my food processor, so preparation was easy. I will certainly make it again next year. Yummy! :)
I&#039;m not much of a salsa fan, but that&#039;s probably because I never tasted anything as good as this recipe. Like others, I also backed off on the sugar on my second batch. Now, I can&#039;t get enough of this salsa.
Everyone that said 5 st*rs is right! This taste wonderful! I had a little leftover to sample before canning 6 pints and it tasted great. Thanks Dorene Nelson....
Wow! What a wonderful recipe! This was my first attempt at canning and I have made this salsa four times - I can't keep it on the shelf long enough at home. Off to the farmer's market for more ingredients...
I make this recipe, but freeze it instead of canning it. Excellent every time. M family requests some containers be shared with them every holiday season and as I usually have tons of tomatoes and so tons of salsa, I am happy to oblige. This year I will trying a twist of tequila and lime.
I&#039;m exited to try this recipe . I&#039;ve grown all the ingredience myself in a small garden in Az. I&#039;ve been looking for a salsa recipe for the last 2 weeks and think I just found it. I&#039;ve read and noted about the first 15 posts and I&#039;m changing the recipe according to their suggestions.1 diff is i grew 7 types of peppers and plan on using all 7 types. Wish me luck!
This is awesome salsa! I actually left out the hot peppers completely after finding the original recipe way too hot for us. The exact recipe minus the peppers is really good. Still lots of flavor. We don't eat a lot of spicy food and are not used to too much spice. Getting ready to make this years' salsa now!
This is the second year in a row that I've made this salsa. I love it, and will make more of it before summer's over to freeze for the winter. I followed directions exactly the first time I made this, and it was too hot for my tastes, but others I served it to raved about it. I made a second batch for me with fewer jalapenos and with some milder banana peppers thrown in, omitted the cumin, and used only 1/4c. sugar. I couldn't find canning salt and so I used Kosher salt instead, and a combination of good home-grown ripe tomatoes and some diced canned tomatoes. I used more garlic than the recipe called for - personal taste - and the second time I made it I used white wine vinegar. I love this stuff and will make many times for many years to come.
Left out sugar and tomato sauce/paste, added a bundle of chopped cilantro, extra tomatoes and 3x the salt and it came out perfect to my taste. Other salsa recipes are now history.
This is awesome. I followed recipe but also added cilantro, can of chili in adobo, and 5 small sweet peppers. Since my family likes a smooth salsa, I used the food processor on all the vegetables before I cooked them. Thanks for a great recipe.
Turned out great. I only used two jalapeÃ±os but i also left in the seeds.
Love it!!! This salsa is wonderful. I thought it would be a lot of work, but really it wasn't. I pressured canned mine for 15 mins. at 10 lbs. pressure. I had just a little left over that wasn't enough for a jar, so put in bowl, and you should have seen them fight over that bowl. I left out the cumin, but did put the sugar in, cause I like things on the sweeter side, but it wasn't overly sweet, just right. Want to make more and give as gifts, cause this batch is just for us! Thanks for posting this keeper.
Such a great canning salsa! We made several batches of this recipe. We had a lot of vine ripened tomatoes to be used up. We made the recipe exactly as stated and made one batch with extra jalapenos for a spicy batch. Since our tomatoes were already real ripe, the sugar really didn't need to be added. We noticed that it gave it too much of a sweet taste and hid some of the spiciness. But after the salsa has sat in the cupboard for a couple months the sweetness finally mellowed out and the spice has shined thru! So if you added the sugar and was afraid it made it too sweet, just give it a little while to marinate to together and mellow, it will turn out fine! If you plan on eating it all right away, than you can decide if you want to add the sugar or not if you tomatoes are already sweet. The ratios in this salsa are perfect for a nice mild salsa. Thanks for this great recipe. Im sure when we want to can salsa again we will be coming to this one!
I've now made multiple batches of this for Christmas gifts. Everyone loves it, even my picky 8 year old.
I Made this Salsa for the first Yesterday, It is a GREAT recipe,easy to make. taste great. I only used 2 Jalapeno Peppers,also 1/4 cup cilantro. I will be making lots of it as our tomatoes are just comung on & our grand children all love salsa.Will make their's HOTTER they all love HOT Salsa.I have canned salsa before , but , not as good as this. Thanks for GREAT the recipe.
UPDATE: I have made this salsa recipe for several years now. Everyone loves it. Makes great gifts!
I havn't made salsa in about 3 years. The last recipes i've tried have been a huge disappointment-soo much effort & so-so results (watery, no flavour, etc.) This salsa was well worth the chopping! So thick & a great color & great flavour!!! LOVE IT. My new & permanent salsa recipe-thanks so much for sharing it!
My wife and I love this recipe, we can about 16 quarts of it every year, We do make some minor tweaks for different batches (amount of chile peppers for different heat levels), and we cut down the sugar a little (to 3 Tbsp), and upped the onion to 3 cups (yellow sweet onion). We also use Roma tomatoes. I have made a 3 chile salsa with this recipe adding in 3 serrano and 3 habanero (seeds removed) to this batch to add a little more heat and flavor. We always bring a jar of this to parties and get togethers and everyone loves it and wants the recipe. Best salsa I've ever had. Tomatoes, onion, bell pepper, and chile peppers all come out of my garden.
This is the best salsa I&#039;ve ever eaten, and I have tried every salsa known to man. Im serious. I didn&#039;t can the rest, I have a foodsaver so I froze the rest in bags. I ate a quart that night. Haha! Its THAT good. I didn&#039;t use canning salt since I didn&#039;t can, and instead used some pinches of table salt. I didn&#039;t have jalapeno peppers on hand so I used a dash of cayenne pepper. For the tomatoes, I used 4 large cans of the already peeled whole tomatoes. I know fresh would have been even better, but we are stationed in Japan and fresh produce is quite expensive here. Anyways, even with the canned (my hubby had turned up his nose at this idea, saying how it needed to be FRESH) it was AWESOME! It is practically guilt free, too. The sugar is minimal compared to the LARGE amount it makes. If you don&#039;t have a foodsaver, you could always put in freezer safe containers or of course if you know how to can, do that. Anyways, best salsa recipe ever. Hands down!
My husband is allergic to green peppers, so I tried this highly praised recipe without them. It was still great & it still tasted like salsa! Thanks for sharing!
Best salsa recipe! If you like thick, chunky salsa..this is for you! I took the seeds and membranes out of our jalape&ntilde;os--perfect heat for my family��??
Good, not wonderful. I would cut the cumin a little, add a bit more heat, and definitely add cilantro as it is used.
Made a batch tonight - tastes just like Pace picante sauce. I like more depth and heat, but this is a good one to have on hand for when my east-coast friends come to visit!
Fantastic Salsa recipe! When tested on my husband, who isn't crazy about salsa, he gave it a Thumbs Up and wanted more ...Hey Mikey, He Likes It!! The recipe made 6 pints for me so it looks like I'll be making more. This one's a keeper and will go into my Christmas gift baskets. Thanks for sharing this "Wonderful" Salsa recipe. It really is!
I don't know why I bothered to "can" this salsa recipe...the way my family is going through it, six pints will be gone in a week! Thank you Jazze22 for sharing this great recipe!
mmmmmmmmmm!!!! This is the best ever!! I made this so that we could try it, and my husband said you better not even try another one, THIS IS IT!!! He takes a jar with him to work everyday,and they all love it. I will never make another salsa. I bet I make a batch of this once a week(that is how fast it is going). Thanks so much for sharing this with all of us!! I make it just like it says and I dont change one thing.(I do add a few more peppers because they like it HOT)
Thanks From Texas
I have been looking for a salsa recipe to can and tried this one. I was a little skeptical with the tomato sauce and paste but it is great!! Canned beautifully and I won a blue ribbon at the Deerfield Fair with it. Thanks!!
This really is great salsa.
One of the best salsa recipes ever! Its very scalable and I make several gallons at a time to preserve in Ball jars. Great gifts for friends and family but really like to keep for myself. Its that time for another batch!!
This is the best by far! I canned 20 pints in late summer and I have 5 left!! I'll make more next year. UPDATE: 
I have given this recipe to soooo many people. A keeper!
The best salsa recipe -so good and yummy. You have to add 1 cup cilantro to it and juice from 2 limes, I also added more salt and cut the sugar to half. You HAVE to try this salsa!Wonderful!!!
One of the best recipes I have come across. My husband & I loved it and we Mex-Americans, we grew up on this stuff. Thanks for sharing. I did feel it had a bit too much paste to it so next time I will just put 1/2 a can but that's just my personal taste. It is great.
I have made and canned this salsa twice, and both batches I threw out. It is way too salty, it tastes like jarred salsa you can buy at the grocery store.
This is the best salsa recipe I have found. It has a good zip to it . All the ingredients are easily available.
This recipe doesn't really need more reviews, but I have to add how wonderful it is! I have been making it repeatedly over the last few years, and it really is a fantastic salsa. I make it as written with a few changes: 1/4c instead of 1/3c sugar (and as other reviewers noted, this can also vary depending on the sweetness of your tomato/onion), and instead of fresh jalepenos I use a combination of fresh hot peppers and chipotle peppers (I'm a chipotle addict). Also, instead of the 1tsp of pepper I use 1/4 tsp pepper, .1/2tsp cayenne pepper, 1/2tsp chipotle powder, 1/2tsp chili pepper, and I throw in a little garlic salt to taste. Also, I use a sushi vinegar instead of white vinegar. This vinegar is already a little sweet, so contributes to a lesser need for plain sugar. I use roughtly 1/2 cup of cilantro and put half in when the salsa is cooking and the other half at the end. I continually get requests to make this wonderful salsa, and I really don't feel the need to look anywhere else or try other recipes this one is so good. Thank you!!!
This was SO wonderful! One of my daughters that hates salsa loved this! I will make this again and again!!! Thank you so much for posting this recipe! :)
A really delicious salsa. This is truly best with home grown tomatoes (I prefer Roma tomatoes, but any work). I omitted the sugar & substituted mild banana peppers for the jalapenos (my boys don't like it too hot). As recommended in another review, I used 1 teaspoon cumin. I make this in the summer & freeze it in gladware for use throughout the year. I use it in my sloppy joes for some extra zip. Yum!!Thanks for a fantastic recipe!
Outstanding!!! I would rate this 50 stars if I could! All of the vegetables were from my garden. It came out spectacular! I doubled the recipe and it made 14 pints. I made it last night and not even 24 hours later we have already ate 2 pints! I have a friend who has Habenero peppers so the next batch will be made with them for the ultimate in hotness! Thanks for a great recipe!
We are getting ready to make our second batch of salsa. First one was so good we decided to make another one while the tomatoes are still on! Excellent!
This is the best salsa recipe I have ever used. My sister and I tweak it to our taste, we use red pepper instead of green, I omit the cumin and use the next larger size can tomato sauce. This gives it a sweeter taste. This is my second year of canning this, and I planted 30 plum tomato plants just for this!!
Let me be number 326 to say how "wonderful" Wonderful Salsa is. I ate it "raw" before I even started to cook it. I ate it while it cooked and I am eating it while I am waiting for it to cool. I can't imagine how good this is going to be once it has a chance to cool and sit for a week or so. I got 3 quarts and 1 pint jar. Thanks so much for sharing. I have been looking for the perfect canned salsa recipe and now I can stop.
What a wonderful recipe. It has a great kick to it, but not too hot. I used some fresh hot banana peppers from my garden and cut the jalapenos down a bit. My tomatoes are just starting, so I will be making this recipe quite a bit, the only change I will make is cutting down on the sugar a bit.
I like it better without the paste and I add about a cup of cilantro. Not very hot. Probably needs more cumin.
By far the best Salsa I have ever had! I even added some sliced black olives. Highly recommend this salsa! Canned great. Makes a wonderful gift too! They keep asking for more
I seen all the reviews on this salsa and read alot of them had a lot of tomatoes in the garden this year and thought why not try this for a change of pace instead of making mine all the time which is very good too i might add but each salsa has its own flavor and i must say this salsa is very good dont need to change a thing on this recipe i dont know why people buy salsa in stores when you can make this this is a very awesome salsa and this is the 200th review very good indeed thanks for sharing
Excellent recipe! I went exactly by the recipe and wouldn't change much. Next time I will reduce the sugar by 1/2. The heat is just about right. If you like mild, leave off or reduce jalapenos. I give it 5 stars!
This is a really delicious salsa! I am down South where we don&#039;t have salsa for nachos, and I have been searching for a good recipe and this one is by far one of the best. I am so happy to have tried this and will absolutely keep making this salsa. Thank you!
I doubled my batch and got 15 pints. I stayed pretty true to your recipe. I seeded my tomatoes, did not use the sugar and used red wine vinegar. The salsa was very thick with a nice flavor and I'd say it's between medium to hot for us. Thanks for sharing your recipe. We will be making this again.
Awesome Salsa! I used canned petite diced tomatoes because it is not tomato season and it worked perfectly. We all found it a touch too sweet. I think I will halve the sugar, if I use it at all, next time. I added 1/2 cup chopped cilantro and about 1/4 cup lime juice at the end. I used the full amount of jalapenos and it wasn't spicy at all....not even to my 9 year old. Great recipe! Thanks!
I can't believe how much better this is than store bought salsa. The difference is so stark that it is almost like two different foods. I don't know what a hot water bath is, but I just put the hot salsa in canning jars and sealed them. The metal lid dimple when cooled, so I should be safe. Great recipe!
EXCELLENT recipe! My first batch produced 7 pint jars. In less than 24 hours we have only 2 remaining. Everyone loves it. I used about 1/4 cup of sugar but kept everything else the same. Made a second batch doubling the recipe and used quart jars; flavor just as good. I did increase the cooking time to around 15 minutes prior to canning.
This was great!! Easy to make, too. I needed to use up the peppers from my garden, so I made one batch. After I tasted it, I doubled it and quickly washed up some more pint jars to can it. It made 12 pints in October...it's now the middle of November and we're down to FIVE. Even better the longer you let it sit! I did leave in most of the seed from my unripe jalepenos and it's got a good zing, but not too much. If you don't like heat, cut out the seeds AND the ribs of the peppers.
This is soooo good! It made 8 pints. i may make more for Christmas gifts!
Wow, this is awesome salsa! I consider myself a pretty tough critic too, but this is delish!
I've never canned salsa before and this turned out great. I cut back on the jalepano peppers and just love it.
May be the best I've ever had. Delicious. Nothing to add, but thanks!
This was my first time ever making salsa. I decided on this recipe because of the outstanding reviews. Well, outstanding is an understatement. I took a pint to work, my co-workers made me go home and get another quart. They couldn't get enough of the stuff! This recipe is going to become a tradition in my home. Most of the other reviews posted listed alterations, this recipe doesn't need it. Not too hot, not too mild... JUST RIGHT!
This is a great Salsa recipe I have canned salsa for years but this was a hit I made 61 pints last year and will double that this year, I did add cilanto, friends what to buy it and many have made it and its a hit at the party.
This was my frist time makeing salsa and I'm very happy with the way it turned out. I made it during the summer and we finished up the last of it at the end of winter. I also froze it becasue I don't know how to can, when it unfroze it was just as tastey as it was fresh.
Exceptional!!!!!!! So easy to make and process.
The taste allows all of the components of it
to ring out their true flavors.This blend is a
union of all of the ingredients,a true salsa,
not overspiced, just quite delicious and tasty.
Really amazing salsa. I reduced the sugar from 1/3 to 1/4 of a cup because I don't like my salsa sweet. I added a couple extra jalapeno and one habanero for alot of kick. I added about 1/2 cup of freshly chopped parsley and added 9 cloves of garlic instead of 6 (what can I say I love garlic). I also boiled it a bit longer since my jars will not be vacuum sealed but simply have a plastic lid and put in the fridge (the salsa won't last long enough).
Thank you Dorene for sharing this truly wonderful salsa. I will have it a favorite in our house! It was fun to make and the smell is awesome! I added some to a pot of beans in my crock pot. Yummy!




Made this the other day and loved it! I made everything from fresh garden veggies. A lot of work but it was well worth it. Best salsa I have ever had. Thank for this recipe!
This is the first canned salsa that has impressed our family. Added plenty of black pepper and used hungarian wax peppers for a bit more pop. Excellent consistency and potency. Everyone asks for the recipe.
After all the glowing reviews, I had high expectations of this salsa. Unfortunately, I thought it was bland and not that different from a grocery store jar. Very disappointing.
This is outstanding! It is very customizable. I roasted my jalepenos first. It freezes very well.
This is wonderful salsa. Made with tomatoes that a friend gave me out of her garden. I followed recipe exactly except left out the canning salt as I froze it instead. I froze it in 3 different containers, took one to my mom's yesterday for a Labor Day Cookout and it was gone in no time. Everyone was asking for the recipe. Thanks so much for sharing this. The recipe was so easy to follow. Thank You!!
So I made this and left it out for my daughter and her 4 twenty-something friends to eat along with some corn chips. The next morning the first thing all three girls said was, "We NEED that recipe!"
I made this recipe today..it looks and smells great....will rate with stars in a couple of weeks when we taste!!
This really is a great recipe. I am somone who always tries to add more spices, etc - and this one (given the reviews) I left alone and was amazed. It's a sweet-spicey kinda salsa that DH and I (who both have very different tastes) enjoyed.
Perfect canning recipe - the only one that doesn't turn out watery! I've made 5 batches in the last 2 weeks with garden tomatoes, peppers and onions. We like it spicy so I added some heat with the seeds and other varieties of peppers. Best salsa ever yum, yum, yum....
This salsa is so fresh tasting and fantastic, anyone who has tried it loves it!!!
This was absolutely fantastic, although if you don't like your food too spicy, you should probably use less cumin. And don't be put off by the smell when you are cooking it. The cumin was a little intense, although I absolutely loved the end result.
This is an excellent recipe but our tastes are
for a slightly hotter salsa. To the basic recipe
I added 1 to 3 hot peppers (habeneros or chili
peppers) increased the cumin 1/2 to 1 teaspoon 
and added cilantro.
I Love, Love, LOVE this salsa. The only change I make it to omit the sugar. I can't make enough of it to keep for myself as my nephews raid my cupboard! Thanks so much for this recipe, Jazze22!
Everyone who has tried this loves it! I made 1 recipe exactly as shown and 1 with barely any hot peppers! Both turned out wonderful! Thanks for a keeper!
I know this recipe doesn't need another review, but the name says it all. I have made three batches so far. On the first one I took all the seeds and veins out of the jalapenos. The second batch I left the seeds and veins in. I decided that I like a combination of both, so on the third batch I took out half the seeds, and it is just right for my taste. I did leave out the sugar, used sweet onions and added a whole Cubanelle pepper (sweet, mild pepper). I also did not drain the tomatoes, and just let it simmer to the consitancy I wanted. Several people have asked for the recipe already. I will say also that this was my first time canning salsa. With salsa being $3.00 a jar, I will never buy salsa again.
This was fantastic. I didn't use the jalepano peppers, because I live with a bunch of Gerber Mouths. I did add a little of Ancho Chilli powder to the jars. I know I did not make enough. Will definitely make more next year.
This is my first time ever canning. I made my own make shift canner. I would make this as fresh salsa also, the taste was WONDERFUL before heated. Due to being short by a couple of tomatoes, I reduced the amount just a little and got 5 pint size jars. I was tickled to death when I heard the 5 pops of the lids. Now I want to do canning as a hobby! Thank you Jazze22!!!
This truly is wonderful salsa. I have made several over the years and this one is definitely the best. A lot of homemade salsas separate and get watery after sitting awhile, but this one does not. The flavors are very nice. I don't like jalapeno peppers (the heat) and I was very leery of a whole cup, especially since the peppers I grew in my garden this year were very hot. I seeded them and removed the membrane to keep the heat down (wore rubber gloves to protect my hands). It was perfect--about the same amount of heat as the commercial medium salsas. I did add about 1/4 cup of Italian parsley, chopped. Other than that, I followed the recipe. It does have a bit of a sweet taste, which I like, but some may not. I will be making this one many times again!
great try adding fresh corn to bulk it up
I added corn to my salsa, can't remember how much. It's so good I won first at our local fair. It is good.
This salsa was exceptional. I have been trying different salsa recipes for the last few years. I have finally found a keeper. I also got 7 1/2 pints.
Everyone that I have shared this recipe with just loves it! I think it could use just a bit more heat though. I also added some cilantro. Just wonderful and so easy! If you are using a pressure canner, I kept it at 6lbs of pressure for 20 minutes!
Me and my husband love this salsa. I made 1/3 of the recipe, didn't add the green peppers or tomato paste, cut down on the onions and garlic and this stuff was gone in 2 days! Thank you for a keeper!
I've made several batches & varied the peppers & heat depending on what was available from our vegetable garden at the time. It made a unique "hostess" gift, along with a bag of tortilla chips & a couple of nacho recipes. Definitely a keeper!!
Terrific recipe! We are really enjoying this salsa. Better than most things I've bought in the store. We did some minor changes... we added cilantro for a more authentic flavor and omitted the sugar. Yum.
WONDERFUL, says it all! This was my first solo canning adventure... thankfully it went very well! For me the recipe made about 7 1/2 pints. We ate the left over 1/2 immediately! :)) I followed the recipe almost exact, I didn't drain the tomatoes as I like my salsa a little juicier! Thank you Jazze, for a great post!
My beau and I used this as a basis for our salsa recipe, but deviated quite a bit. We used fresh tomatos, lots of red peppers (no green), spicy banana peppers (less kick than the jalapenos), lots of onion, a little bit of carrot for colour, lots of paprika and honey in lieu of sugar. It turned out wonderfully- a very good basic recipe to adjust to what you have in the house!
do you blanch the tomatoes to get the skins off?
I havent tried this yet, but with this many reviews, it has Got to be a winner!!!!!!!!!!!!!!!!! It looks great, Ill try it very soon and let you know!!!!!!!!!!!!!!
The best salsa ever!!!!I can't keep it in the house. I have been making this recipe for 2 years and every year I have to make more and more thnks Razz!!!!!!!!!Laura
This stuff is addicting! I made it exactly like the recipe, adjusting some amounts because I didn't have 8 cups of tomatoes, only 6, and I chopped everything in the food processor, since we like our salsa less chunky. It is the very best! I was able to can 5 pints. I will be making more this weekend, since I've got some more tomatoes ripened. My husband loves it. He was giving me trouble last weekend because I was going to the trouble when I could just buy it. After he tasted it he said - we're never buying salsa again! Thank you so much for posting!! Will be making this for years to come and to give it as gifts (if he will let me)!!!
Tastes just like you get out of a jar. Why bother? I&#039;m really surprised at all the raving reviews.
Excellent recipe! Used 4 sweet chilli heat peppers instead of jalepino and added 2cups frozen corn and a big can of black beans..yummmmmm!
This was by far the best salsa I've ever had! We went thru the whole batch in a week and a half. The only thing different I did was to throw some cilantro into the mix. A++++++++++++++++++ Thanks so much!!!!!!!!
Never wrote a review before....., but felt I had to for this one. Made 3 different recipes last year. This is by far the best. Awesome
No cilantro? I need to add that for authentic salsa. (just a personal preference)
I will make this again and again and again! I switched it up a little by adding cilantro since I love it so. 8 cups of tomatoes was about 6-7 pounds worth from my garden, in case anyone else struggled with that. I plan on making more and handing it out as gifts!
This is a great recipe. Very easy to make. Thank you so much for posting.
My favorite salsa has always been Pace. Let me tell you, Pace doesnt hold a candle to this one. We used tomatoes that we grew in our garden and followed the recipe to the letter. This is the best salsa out there. Thanks for such a wonderful recipe and a great reason to keep growing tomatoes.
I have never tried making salsa before and decided to try this one because it had the most reviews and I am not disappointed at all...it turned out perfect...the only change I would make would be the type of tomatoes I used...I used a canning tomato and I would use a roma or a meaty tomato.
We have an over abundance in the garden this year so I decided to try salsa. This truly is wonderful salsa. I picked it based upon all the good reviews and I&#039;m planning on making a third batch tomorrow. I didn&#039;t really deviate from the recipe. I did take the seeds out of the peppers because we don&#039;t like it too hot. Thank you!
It really is wonderful. I found that you can omit the sugar if you use Vidalia onions. It is plenty sweet enough.
Excellent flavor! Bueno!
Perfect recipe for extra tomatoes and peppers from my garden. I sliced off and added the corn kernels from three ears of corn. The salsa was the best I have ever had and everyone I shared it with raved about. I doubled the recipe and made it again the following week. Thanks for a great recipe.
I am surprised this salsa received such high ratings. I thought it was very bland. I used tomatoes and peppers out of my garden, so it was very fresh. I added red cherry peppers, green chiles, and a little chili powder to get a better flavor.
Been using the base of this recipe for almost 10 years and probably can 75-100 quarts per growing season (all with fresh tomatoes). I don't normally delete any ingredients but if I'm making a batch for anyone who is from Texas, I leave out the sugar because Texans don't like sugar in their salsa! Aside from that, I do enjoy a smoky flavour and don't mind the extra heat so I opt to add chipotle peppers (in adobe) to the mix. Now I'm making a LOT at one time so I use the big cans of chipotles. You'd have to modify for the amount you're making. Finally, I'm not one that likes chunky salsa and find it unappealing to &quot;get a half a tomato&quot; on your chip (not to mention awkward) so I go &quot;restaurant style&quot; and get out my stick blender and go to town on the entire pot. For people that don't like green peppers coming at your in all directions, you'll get the flavour but not the chunks. If you're into mangoes, try putting some of those in this. I've done it that way, by request, in the past and gotten great feedback but I'm not a fan so I stick with the basics. (Note: I've never tried canned tomatoes so I can't tell you if that is a different taste or not but it likely will be.)
This recipes had so many great reviews and I wanted to try to make salsa for the first time,I couldn't have picked a better one. Was easy to make and tastes great. Thank you for the recipe.
this is the best salsa recipe i have ever found easy to make and it&#039;s very good thank you for sharing this recipe i just got through canning 4 quarts definitely a 5 star
Preparing to make this for the second year. Had a girls night and they went through 4 jars of this salsa! It is well loved and I have forwarded the recipe to many a buddy who wanted a great salsa recipe.
How long does it keep in the jars? Thanks!
I haven't actually made this one yet, but I had some at a relative's house the other day. It really suits my tastes just fine, really thick and just the right flavor combination. She used canned tomatoes to make it, and that's what I intend to do. I'll be making this in the coming week. Great salsa!
Thank you so much for posting this recipe. We made several batches last summer and they were all gone before Christmas. All of our friends liked it so much they have offered to help make it and provide some of the supplies so they can have some too! It really is "Wonderful Salsa".
I made this today. I had a bit more tomatoes to use up than the 8 cups called for, so i added a little more of everything. I also didn't use the jalepenos. I had a few varieties of peppers in my garden that I used instead. It mad a TON! =) This was my first experience at canning. It was pretty easy. This salsa is yummy. Mine is pretty mild, which is good for my 4 kids. I will definitely be making this again as soon as more tomatoes and peppers are ready in my garden.
Quite simply, the best salsa I have ever had the pleasure to taste. First time I have made this recipe and know that this recipe will become a classic for my family.
Yep....it's WONDERFUL! I have been looking for a salsa that would be great canned, I found it! This salsa is very appropriately named! Thank you so much for this recipe!
Just maid it , Unbelievable Salsa , thanks so much for the kick as* recipe ��
I had never made salsa before, so I have nothing to compare this with. I really like this recipe!!! I don't think I am going to try any others. I may fine tune it for my family's taste. I did add garlic, cilantro, and some lime. Thanks a bunch for sharing this great recipe!!!!
Loved it, just totally love this recipe! I made this about 6 times this summer and now we are completely out! I'm going to plant more veggie's this summer so I can make lots more. Thank you for a wonderful salsa recipe.
I did 1 experimental batch of 6 small jars. I'm now down to 3 jars and this is such a hit with my family that I'm making another dozen jars as holiday gifts. It is truly wonderful salsa. My only complaint is the act of peeling tomatoes seems to ruin my finger nails. Oh well, it is a small price to pay for this good stuff.
I am a food scientist so I took some salsa to work and tested the pH. The pH is around 3.93 meaning that it is indeed safe to can in a water bath. As long as the pH is below 4.6, it can be canned safely in a water bath. Also, I made another batch last night and cut the salt in half and I think it is much more balanced now! Thanks for the great recipe!!!
Very good salsa, i like my salsa hot so i added half of a bottle of tabasco and an extra teaspoon of cayenne....Thank you
I've tried several salsa recipes in the past and this is the best to date. I made it according to the directions, but added a little less sugar as some others suggested. It has good texture (not watery at all) and when the vegetables are hand cut, makes a nice, thick, chunky salsa. Pace has nothing on this stuff! :)<br/><br/>However, in doing some research I found this same recipe on two other sites and both had the notation that if you are pressure canning, use 1/3 cup of vinegar, however, if you are only doing the hot water bath, vinegar needs to be upped to 1 cup for safety reasons. Recipes found on various canning sites also call for much more vinegar in relation to the same amount of tomatoes. I just question the safety of this when just using a hot water bath as opposed to pressure canning. I am going to uncan and refreeze this batch just to be on the safe side.
Wow, great stuff! Just like our favorite salsa from the shop, which they all of sudden don't make anymore. This recipe is a real savior for us! I did not add tomato sauce, as it was all looking good and saucy enough, without it.
As I was making a lot smaller portion for trial, I didn't can it, just refridgerated after 10 mins of cooking. I also used just normal salt, half of amount of the canning salt. It was so good we chomped it off in no time at all, with corn chips.
I love this salsa, with changes to salt and sugar for taste preference. However, I found, on a forum, the version of this recipe (Annie's Salsa) that was approved by the original author's local extension office, and there is an IMPORTANT difference. The original recipe calling for 1/3 c. of vinegar was to be PRESSURE CANNED, NOT hot water bath canned! In discussions on the forum, the author states that she was later advised by Michigan State University not to pressure can it but to increase the vinegar and hot water bath can it instead. Following are two links to the aforementioned discussions. http://forums.gardenweb.com/discussions/1946898/annies-salsa http://forums.gardenweb.com/discussions/1960962/annies-salsa-mixbig-hit
I made this Salsa yesterday....looked over all of the reviews and made a couple of changes to my taste...It turned out fantastic....Thank goodness I made a double batch 3 of my neighbors have already called asking for the recipie....Thank you all for your input...this is a keeper recipe!
Sooo good. Tripled the recipe and canned it before trying it. I figured nearly 500 people were probably right. It&#039;s a smidge spicier than we prefer, so next time we&#039;ll just add less jalapenos, but then again, we&#039;re more of mild salsa people.
This salsa is excellent. My husband exclaimed, "This is way better than store-bought!". After that, I knew it was a hit and it will be "the" salsa recipe in my cookbook. Yum!
10 Stars! With 411 winning reviews, we need to start up a Camp Fooddotcom...and have winners and stuff like that. [To the batch, I added the juice of 1 lime after turning off the fire and before processing.]
I keep forgetting to rate this recipe. This is the BEST salsa I have ever canned. I should have done 3 more batches because everyone is asking for this for Christmas. Thank you so much!
My whole family loved this recipe! I didn't have fresh jalapeno's on hand so I used canned and cut it down to 1/4 cup on a couple batches for the kids it was still a touch spicy like a good mild salsa.
Superb! I added some cilantro and homemade raspberry jam to some of the salsa and YUMMY--the flavors complimented each other nicely. Thanks for sharing the recipe, it is a keeper.
Excellent salsa recipe! I wouldn't change a thing!
This is an exceptional recipe for a canned salsa. My only change was to lessen the sugar. If your tomatoes are fairly sweet (home-grown, off the vine) you really don't need sugar. My family isn't in to HOT, but we didn't find this recipe hot at all - even when made exactly as given. Very mild, but with a little zip. ADDED NOTE: After I drained all the juices off the vegetables, I canned that separately as vegetable broth for soups later. it had a nice "zippy" flavor that will enhance winter soups.
I add some habeneros and pablanos. The poblanos add a little more depth of flavor but the salsa is GREAT just the way it is. Been making this for three years
Yum! Best salsa I have made in a while--just reduced sugar as suggested by others.
Great Salsa!!
Will add to my favorites...thanks.
Very good recipe. We added 1/4 cup of cilantro to the salsa and extra garlic & cumin but we are garlic lovers! We also cut down the peppers to about half of what it called for and it was still pretty warm. We made three batches and found the first two batches extremely salty so the third batch we cut down on about half of the salt and it helped a lot. My dad doesn't like to eat too much sugar so he substituted pure honey in place of the sugar and it tasted just as good. Thanks Jazze for sharing !!
This is a delicious mild salsa. I reduced the sugar in the recipe but not by much and did half green pepper and half red. I also added 1/4 cup cilantro and 2 tablespoons lime juice. I used apple cider vinegar. Everyone loved the salsa and I plan on make this time and time again. Thanks for the recipe.
First time salsa maker. So very glad I came across this recipe and decided to try it. It is awesome. My family absolutely loved it. Only change I made is that we grew the red hot chiles instead of Jalapeno's. I substituted 1/4 cup of chiles for the 1 cup of Jalapeno's. It turned out to be a stronger medium salsa, but still excellent. Thanks Jazze22 for sharing this recipe. It is going into my recipe book right now.
This is my absolute favorite recipe for canning salsa! I have been making it for years. I just wanted to note though that this recipe has been revised on other sites after being tested to need 1 cup total of acids added by adding more vinegar or lemon or lime juice to total 1 cup if water bath method is used, if pressure canning then no change is needed. Pressure canning instructions are 10 pounds of pressure for 30 minutes for pints. Not recommended for quart jars.
I&#039;m a Salsa LOVER! So, I&#039;m going to post this &quot;INTENT TO MAKE&quot;! before I DO it! :o) Then I&#039;ll be back to write my review. I&#039;m excited to try this as my sister and I have a Salsa recipe we always use so this will be fun!! Be back Soon ! :o) Well it&#039;s SALSA day, and I&#039;m right in the middle of cooking up a batch. I have to say right off that wow it smells and tastes GREAT!! And I haven&#039;t even added ( about to ) the tomato sauce yet. Am excited....Be back with the results...(and I am adding cilantro right at the end too.) :o) OK! It&#039;s DONE ! They are canning away. I was able to put up 7 full pints!! And it tastes soooo GOOD! Not as spicy as I&#039;d like, but I&#039;m also chicken when it comes to Jalapenos....next time I&#039;ll add more and some seeds to boot!------ But the flavor is definately there!! I LOVE IT! And I will definately make this again..Maybe even tomorrow!! ;o) Thanks J! Best salsa I&#039;ve had and will pass this on!
This is an Excellent Salsa.. I've made 24 Quarts and all the neighbors love it :) Getting ready to make more. Super Simple!
We eat this by the quartfuls at my house!! Love it. We do add cilantro also, and make sure you buy fresh cumin each year because it does get outdated and loses the heat.
Not that this recipe needs another positive review! I did want to say thanks, though. I do not like tomatoes, but I love salsa. When my husband insisted on planting 10 tomato plants in our garden, I had no idea what I was going to do with them all. Thank goodness I found this recipe! It is amazing, and I have plenty of tomatoes to make 3 or more batches . . . I hope to have salsa all winter long. If not, I'll probably buy tomatoes at the store to make more instead of buying a jar of salsa. The only change I made was to add about half the sugar after reading some of the other reviews. Wonderful!
Easy to make and tasted great. Took it to a large family gathering for a camping weekend and it was a big hit.
Seriously, THE BEST!!!!!!!!<br/><br/>Another reviewer wrote and said this wasn't that great, that it was not as good as the fresh they make. This is not a fresh salsa recipe, you want salsa that taste fresh you won't get it from a jar. You have to make fresh to taste fresh....BUT, this is the best canned salsa I have ever had, store bought or home made! We have been using it for years now.
Love this recipe ! Soooooo yummy !
This recipe is appropriately named. This is the most wonderful salsa I've ever eaten. Last year I canned 4 jars and they disappeared before October and I lost the recipe. This year I found it again and have canned at least 20 jars.....and am not finished yet!
This salsa was great! I did find it too sweet, however, so the second time I made it, I only added 1 tbsp of sugar and it was PERFECT !!!
I have been looking for a good salsa recipe for years. Having lived in South Texas for a couple of years and having access to wonderful mexican food restaurants, this salsa is the best. I do saute my onions, peppers, garlic and cilantro before adding to my tomatoes. I then put in a food processor and blend before cooking. I am sooo glad I have found this recipe. Thank you.
OM NOM NOM! How long is the shelf life on these? :)
Pretty good. It tastes store bought.
My DH and I canned 3 quarts last month and set it on the shelf. Looking at another pile of tomatoes needing to be canned, we opened our first jar to see if we wanted to make more salsa or something else. I definitely think we will be making more of this salsa! So good with just the right heat for us. I think the tomato paste makes it just the right consistency too. Awesome recipe. Thanks so much for sharing!
Thank you so much!! This was my first time canning and it actually went well after I got the kinks smoothed out. I didn't use all 8 cups tomatoes because my rough estimates left me a bit short (which is ok anyway cause we like it like that). I used Kosher salt (couldn't find the other stuff) and I used half jalapenos and half serranos to kick it up! Husband ate a whole bowl up with tortilla chips and his lips are falling off - PERFECT :) Thanks a lot!!
This recipe is as good as the reviews say! I do a lot of cooking and make salsa each year.....this is my new go-to recipe. Instead of 1 cup chopped jalapenos, I used a mix of seeded serranos, Anaheim, and jalapeno peppers to make a cup, only because I had those on hand. I made 9 pints and will need to make more; it's that good!
Very good salsa. I seeded half of the jalepeno's and it was just abot right. At first I thought it was too sweet, but as it aged in the jars it balanced out. I think I will reduce the sugar next time by a little.
Really WONDERFUL!!!!! A jar of this will be part of the Christmas baskets I give this year. Took it to work and no one would believe that I made it. The only thing that I added was cilantro. Thanks for this great recipe!!
I have tried alot of salsa recipes and I gotta say this is the best one I have ever had.
love this salsa this will be my 3rd year making it, I seed my tomatoes tho , will this interfere with the ph or acidity when canning using hot water bath? recently had someone say I should be using a pressure cooker?
This salsa is AMAZING! My Husband and I are 1st time vegetable gardeners and canners and we love this salsa. It was easy-easy-easy to make and delicious. It will be a staple for many years to come! Thanks for the recipe!
I'm sorry, this obviously worked out great for most people but I thought it was just okay. Maybe I'll try it again and omit the sugar, because I thought it was too sweet.
okay rewriting my review after it somehow got lost...

this is indeed the BEST salsa I have ever tasted and made. It has a fresh crunchiness that I love about salsa and I fool many a guest that it is canned. I have been using this recipe for 5 years and have changed it up a bit adding hot and sweet banana peppers, a few chilis, a few cayenne peppers just to give it a bit of a kick but not overpower. I save alot of time and eye watering grief by not chopping my peppers, onions or garlic, everything is buzzed through my food processor and my salsa still turns out thick and chunky. I also use canned crushed tomatoes instead of tomato sauce and just barely cook everything to keep ingredients from going too soft. Finishing off with a cup of freshly chopped cilantro adds some fresh crunch and great flavour. Anyways, I highly recommend this recipe, nice and easy and it can be easily changed up and turn out great every time.
awesome! take seeds out of jalapenos to make it milder, leave them in to make it hotter.
I made this Salsa today...yes it is wonderful, wish I could give it more than 5 stars. I am going to make more tomorrow, don't think I will be buying from the store anymore. This is "Wonderful Salsa". Thanks Jazze22 for posting this recipe.
"Wonderful Salsa" is an apt name for your recipe. (Delicious Salsa would suffice, too!) I used less sugar with my homegrown tomatoes, less cumin and added some red and yellow peppers along with the green. I also threw in some of my fresh garden cilantro. I did simmer the salsa mixture for an hour before filling my jars and do a hot water bath for 35 minutes. I think the tomato sauce and paste is the key to the good consistency of this salsa. Thanx, Jazze22!
Thanks for a great recipe. I was able to use up all the grape tomatoes from my garden. Followed the recipe exactly as written and it came out great.
OMG after trying several recipes I finally found the perfect one! This is awesome! I used fresh tomatoes from the garden and put them briefly in my food processor. I also ran the onions, peppers and jalepenos in the food processer for a brief second as well. I just can't say enough how awesome this is!
This is the best salsa I have ever had. My boyfriend and I made it together. We doubled the amount of onion and also added cilantro after making the initial batch. We have made the salsa three times in four weeks as we just do not want to buy store bought salsa unless we have to. I shared it with people at work and my boyfriend's family and people have asked if they could purchase it because it is so good. His family said we should sell it. Awesome recipe for sure. Will keep this recipe and not look further for other salsa recipes.
Excellent salsa recipe. Thanks for sharing.
This is a perfectly acceptable Salsa recipe. I didn&#039;t find anything extroadinary about it however. It&#039;s just a good middle of the road salsa as far as I&#039;m concerned. Nothing wrong with that!! As others suggested, I added fresh lime juice and fresh cilantro. I&#039;m glad I did because it truly did add a freshness that I fear would be lacking without it. If I make the recipe again, I will not add the sugar...I found the sweetness to be noticeable rather than merely enhancing the flavors of the fresh vegetables. Also I don&#039;t think I would add the tomato paste either. I believe the taste of the tomato paste was noticeable as well, detracting from the flavor of the fresh vegetables as well.
Tripled the recipe as I love salsa! This is the best - Dislike bell peppers so left it out completely. My husband is not a big garlic fan so used garlic powder instead and controlled the amount. Loved the cumin and added a little cilantro. Ended up with 30 pints...A friend has already shown up for a tasting and asked for the recipe. Thank you for the recipe.
I don't think I will ever buy salsa again. What a fabulous recipe. I make this to freeze. I increased the cumin powder slightly as we like a hotter salsa. Can't wait to try this with my favourite salsa chicken crockpot recipe #52828.
WOW!!! I have been searching for a great salsa recipe forever - - I've tried many but this is extremely good! Since I don't can, the freezability is great. From other review advice I did reduce the sugar by 1/2 since I am using some of the bumper crop of 750+ tomatoes (only 6 plants organically grown!)from my garden and also added a couple tablespoons of fresh cilantro as well as substituting apple cider vinegar. I seeded the jalapenos in the first batch and it was mild, so didn't seed them in the second batch and it gave it a good kick. I also reduced the tomato paste to 1-6 oz can the second time through. The neighbors may have to get in line for their tomatoes next year - - this recipe now has them spoken for!
"The Best Salsa I've ever tasted" is exactly what everyone has said about this recipe! We took it to a picnic and it was gone in an hour! We can hardly wait to make more as soon as some more tomatoes are ready!
This salsa gets devoured whenever I make it by everyone that tries it. I add a habenero pepper most of the time to give it a little more kick. Great recipe and very easy especially if you use a food processor for the tomatoes.
I LOVE THIS RECIPE!!!!Family does too. We tried 6 recipes this year for salsa and this one is best hands down. We left out the canned tomato sauce and used the tomatoes' natural juices instead, cut out the sugar and added cilantro. I didn't have cumin so we used Louisiana Hot Sauce instead but I think it would be better with cumin. Cans wonderfully!!!!!
Wow this is tasty....I am new to the whole canning experience and I am so proud of myself for creating this masterpiece. I am a little nervous after reading that salsas should be done in the pressure canner???........mine appears to have worked out fine and we are eating it so fast that I don't think there will be a problem. I will definitely make this again and again but I will use the freezing method as I don't own a pressure cooker....thankyou for such an awesome recipe everyone that tries it loves it and you have made me look good!!!!!
OMG! This is the best salsa ever!
My husband, who is not a salsa fan, absolutely loved it. I did add a can of white corn to the recipe, which added great flavor and nice color. I also took this to a family dinner and everyone raved and wanted a jar!
I thought maybe with a whole cup of Jalapeno peppers it might be too hot for us, so I cut it down to just 2 finely chopped jalapenos and it is absolutely awesome! Thanks for such a great recipe.
Excellent recipe! Mom and I made it at the end of last summer after canning too many tomatoes for soup. Wish we had made it earlier in the season so we could have had more through the winter. We saved the last pint till late in the spring and gobbled it up! We will use less sugar this summer, it was a bit sweet with the home grown tomatoes. And we will add more heat with either cumin or jalepenos, it's not very spicy as is.
This salsa is the BEST!!!! I add some cilantro & a T. of lime juice to give it a little extra flavor!!!
I tried this as a way of using up green tomatoes from my garden this year, and it worked beautifully. I ended up with 6 cups green and 2 cups red/slightly blemished tomatoes, cut the salt to 1 tbsp as per another review, and left the sugar as-is to counteract the sharper taste of the green tomatoes. The first taste was very nice - not really hot, but with an excellent full-veggie flavour (albeit on the sweet side) and a pleasant tingle on the tongue. I can't wait to see how the flavours mature over time.
Thanks for posting this! I have made about 5 batches (lots of home grown tomatoes this year) and it turns out great every time. It is very mild so to spice it up I added a couple of cayenne peppers. Also, I omitted the tomato sauce as I like salsa pretty chunky! I have made canned salsa before but this recipe is by far the BEST! Thanks again!
Had a bumper crop of fresh tomatoes from my garden and needed to use them up, This was my second attempt at canning salsa .....MUCH better than the first recipe I tried! This is goooood. Changes: Used one huge green pepper, one huge red pepper, about four large anaheim peppers, and one large jalapeno. Did not peel the tomatoes but I did seed them and drain them very well. Subbed lemon juice for the vinegar and used one whole cup. Added one heaping tablespoon of Penzey's Salsa Seasoning, and stirred in two big handfuls of cilantro after it was cooked. Got 16 1/2 pint jars. Processed for 20 minutes. This is a keeper! Can't wait to eat it this winter.
I made 16 quarts of this yesterday mostly in pint jars. Enough for us and a few extra for gifts. I left one jar in the fridge for 24 hours, opened it and was very surprised. The taste is perfect! Just a couple of notes...pay attention to draining the tomatoes as my salsa came out a bit too liquid, but that was my fault. Also, to keep the heat up, I chopped the whole jalapenos, core, seeds and all except the stem. The heat is in the seeds and the white pith and so the heat in our salsa is perfect if not even slightly too hot. Thanks for a keeper! I will be making this every year from now on!
This was fabulous! My hubby said it had just the right amount of "hot" to it. I did omit the tomato sauce because I thought it was thick enough with just the paste, but I like a thick salsa. I also used apple cider vinegar instead of plain white, leaves less of a vinegar taste to it. I also made a few batches w/o sugar for a niece who can't have cane sugar, still tasted great! I also processed for 20 minutes for my altitude (3,000). All were great, they'll be wonderful Xmas gifts this year! Thanks for the great recipe! Will be making it again next year for sure!
Great recipe, a little hot for my taste but that can be adjusted easily. I like sweeter salsa but my DH doesn't, this recipe had a sweet taste enough to satisfy me but not too much for him.
Outstanding!
My sister and I made this and canned it over the weekend. We used part regular tomato sauce & paste and part no-salt-added. We added ½ cup chopped fresh cilantro and 2 Tbs lime juice. We did not include the jalapeño seeds, but tried to make half of the batch mild by using just the amount of cumin in the recipe for mild chili and tripled the other half for moderately hot chili. Unfortunately, the supposedly moderate chili came out mild, too, though it ALL tasted wonderful. Next time we’ll include some of the jalapeño seeds for the moderately hot chili and we’ll also do better making sure that the cumin is not too old—I think the stuff we used had sat on my sister’s shelf for maybe a few YEARS. But anyway, it was great and we ended up with 11 quarts.
Great Salsa! I don't know how to can...so i didn't bother. I just made the salsa according to the recipe, except i used chili pepper instead of jalepeno pepper and it still turned out great! I loved the way the flavors blended so well, tastes too goo to be home made. Thanks!
HelloI am getting ready to make this recipe. my tomatos are very sweet would it be ok not to add the sugar or does it it need to be there for proper canning?
Great recipe. Was a hit with the family. Just what I was looking for to use up my garden tomatoes. I use the juice from the strained tomatoes instead of the tomato sauce. I pour off the top part, freeze for soups etc. and use the bottom thicker juice.
I just found this recipe online 7-2-2011 and have made 2 batches so far. It is the best salsa<br/>ever. The only change that I made was to cut the jalapeno to 1/2 cup, that is plenty hot enough<br/>for us. I plan to make more, as long as my tomatoes hold out, and give some for gifts for<br/>Christmas. Thank you, Jazze22, for sharing.
I've made this recipe several times. It is my &quot;go to&quot; recipe for salsa. I sometimes add a can of kernel corn and a can of black beans (rinsed). So far I haven't come across anyone that doesn't really like it.
Oh, yum! I have made lots of fresh salsa, but this is the first time I canned salsa. Soooo glad I chose this recipe! It will definitely be my &quot;go to&quot; recipe. No reason to change anything (except the amount of jalepanos/heat); perfectly delish as posted. Thanks so much for sharing.
No wonder this recipe has so many glowing reviews, it is sooo good. I had been craving chips and salsa for a few days now (no, I'm not pregnant) and came here looking for the perfect recipe. Oh my, this is so much better than the salsa you buy at the grocery store. I don't like my salsa chunky, so I put the tomatoes, peppers and onions in my food processor and chopped them up fine. It was perfect. Oh, since I don't know how to can, I only made 1/3 of the amount. It still made about a quart of salsa.
I am a lover of fresh salsa and any preserved salsa given to me by friends has never won me over. This recipe is great and there is no need for me to ever try another. One problem I have when making anything with garden tomatoes is the bitterness of the seeds. For this recipe, I halved and removed seeds from tomatoes (all types) and roasted skin side up. After cooling a bit the peel slipped right off and tomatoes were ready to coarsely chop. Any liquid in the roasting pan was put through a strainer and ended up as tomato sauce.
The best salsa recipe I have ever used. I&#039;ve made 6 batches and they have all been good! Thanks for sharing this!
Love, Love, Love this salsa. First all I'm not to sure what canning salt is. However I made this salsa to eat right away and not can for later. Everyone loved this recipe, I actually printed it out for family who was here, as they wanted to make it as well. To add a little extra I put in some cilantro as well. Thank you for sharing!
This is the best homemade salsa I have ever tasted. My husband loved it and complains about store bought salsa now! My only regret is that I didn't make enough to last all year until next summer. Definitely is better with garden fresh tomatoes. Definitley a keeper. Thanks for the recipe.
I use this recipe often when making my homemade salsa to can! The vinegar in it helps to kill any bacteria when canning, especially with the tomatoes they are coming up with now-adays that are hybrids and not that acidic. I don't add the sauce or paste to mine but just the chopped tomatoes (undrained). Turns out wonderful! Thanks for posting!
I must say that I think that this is a wonderful salsa recipie I did add more garlic and more hot and green peppers I like my salsa full of veggies, I made two different kinds of salsa this year so far everyone keeps taking this one off the shelf, so much for my other recipie.
Awesome salsa. I have been making salsa for years and this is fantastic. The tomato paste helps it stay nice and thick. Next time I make it I will cut back on the jalapenos. I have 4 different kinds of hot peppers in the garden and I only had the haberno variety left. It made it fire alarm hot but still tasty. My oldest son likes it fiery so he is in 7th heaven. I am making another batch soon with less of the hot pepper. Many thanks Dorene!
WOW This is wonderful....The only thing I omited was the tomato paste I thik I made about14 pints of this recipe. Also did not use any Green Peppers but I did use a verity of hot peppers. I know I will make this again. And I will be sharing it with others.
I've been making salsa for years. This recipe is by far the best I've ever made. I used serrano & jalapeno peppers for a little more kick. I used 2 cans of tomaote paste and didn't use any tomoate sauce (mostly because that what I had on hand) Turned out thick and very yummy. Thanks for sharing a great recipe.
Wonderful flavor. i seeded the jalepenos as I wanted mild salsa. Next time I will leave the seeds in several of the peppers so I have a little heat. I also added 12 cup chopped salsa. I did not need to add the tomato sauce-tomatoes were very juicy, even after draining. Tomato paste adds a nice texture and flavor.
This recipe was great! I'm not usually a big fan of cooked salsa but my husband is...you've made a believer out of me now, though! Next time I make it, I'm going to cut the sugar in half and add more jalepeno's as I want it not quite so sweet and just a bit hotter. I also want to try roasting the tomotoes first, to give it a twist. Thanks for sharing such a fantasic recipe! I've already passed this recipe on to family and friends to try!
This is toooo wonderful not to add yet another rave review. I would follow other advice - just 2 jalepeno peppers would have been enough. I tried adding 1 cup of completely seeded peppers and it was still a little on the hot side. I'm a bit of a "milder" salsa kind of gal and this is pretty zingy! I also added 1/4 cup of fresh cilantro and it was a nice addition. Just remember the prep time really is 30 - 45 minutes of chopping, I kind of forgot about that!! Wonderful! :)
Thanks for the great recipe. This is the absolute best salsa. I will no longer buy salsa and have had several compliments from this recipe. It has great flavor and is easy to make. If you are going to can it, make sure you make plenty as it does not last long!!!
Very easy recipe and delicious too! I made one batch and apparently it was a huge hit, I went to the pantry to get a new jar and there was no more left. That's when my husband informed me that he really liked the "new salsa". I making a double batch today. Thank you for sharing this wonderful recipe!
This salsa is incredible! We've made it for 2 years now and can't get enough of it. We use fresh veggies from our garden as much as possible. The Cuisinart helps with chopping the veggies. We omit the sugar when we use homegrown tomatoes and leave the tomatoes out until the end of the 10 min. of boiling. This leaves it a bit more chunky. For our hotter batches we add Thai dragons, Habeneros, and more Jalapenos. We also process the cans in a pressure cooker so there is no possible heath concerns. My husband is crazy about this salsa. It makes great gifts.
The very best canned salsa recipe I have EVER tried!(and I've tried a bunch) I did add cilantro but overall flavor and consistency was fantastic!
Wow! Absolutely the best salsa recipe, and I've tried a handful. Like many of the comments, I was hesitant with a cup of Jalapenos but it's spot on. Thanks for sharing!
This really should be named "To Die For Salsa." So easy and sooooo tasty. I did add 1/4 cup of cilantro but other than that I didn't change anything and it was exceptional......to die for !! Thanks a bazillion for sharing.
I appreciate finding this recipe with so many positive reviews. I've made the salsa and getting ready to can it now. I'm tired of chopping things by hand so I did run everything through the food processor. I added a bunch of cilantro because we love it and increased the cumin some. I'm in Central Oregon so I had 50 lbs of green tomatoes before the freeze. Made this batch with the ones that turned red. Thanks!
Best salsa ever! Substituted 1 small can of diced green chilis instead of jalepenos, as I don't like my salsa with too much heat.
It wouldn't be fair if I didn't be the next in line to give this 5 stars. This was by far the best salsa we've had so far. I was always leary about "canned" salsa. Shame on me because this turned out great. I did leave the seeds in the jalapeno peppers because we like the heat. I also added cilantro. Yielded 7 pints.
This is just wonderful! It is by far the best salsa I have ever had. Everyone I gives it to just loves it. We are going to give it as Christmas presents.
The best. I can it every year. I eliminate the sauce though.
I made this last year with the last of the tomatoes from my garden, so I only made about 6 pints. Wish I had found it at the beginning of canning season; it was delicious and easy. I will be using this recipe instead of my old one, which also received rave reviews, but I like this one better. Thanks! A++++
This is my second summer making this salsa. I follow the recipe and do not make any changes. This year, I made two batches: one I left chunky style, and the second batch I ran through the blender to make it more like restaurant salsa. Everyone LOVES this recipe. It is definitely a winner!
This is my second time in two weeks I've made & canned this Salsa.SOOOOOOOOO GOOD. I didn't change a thing. THANK YOU for sharing.
This is awesome - and I am a very picky salsa eater! I used only 1/8 cup of sugar because I don't really care for sweet salsa. 

It was so good that my husband and I ate half of the entire batch in two days! If you are not a canner, this freezes well. I am making batches of this to give out as Christmas gifts.
I have been making this recipe for 5 years now. The only changes I make are that I include fresh cilantro and the juice of a few limes. I have a friend that hordes the jars I give her and only breaks them out for special occasions. I have not had any problems canning this recipe so long as you process it properly.
This recipe is the best! My family loves it and my kids love helping me make it!
I thought I would share a salsa tip from my friend DB who makes the best salsa I know. He doesn't measure anything but his trick is to use pickled jalapenos...that gives the flavorful vinegar and the heat! Have fun! 4waystoyummy.com
I made this salsa the other day, and it is absolutely wonderful, as the name says! I have made salsa in the past, and it is usually watery or runny...but this is thick and delicious. I agree that the cumin gives it zing, as does the jalepenos, I liked the recipe just the way it is.mmmmmmmmmmmmm, somebody pass the chips!
And P.S. I dont not peel the tomatoes. Put them in the food processor like the rest of the veggies.
I made the salsa for a school assignment with my friend, and since we are not fans of hot salsa we left out the cumin all together. When we took it to school the next day the salsa was voted the best tasting one in out spanish class. When I got home that day from school I still had 6 cups of tomatoes left because i didn't know how many to buy at the supermarket. I added 1/2 teaspoon of cumin to make it a little hotter and it was wonderful! We didn't can any, we used it as a freash salsa and drained the tomatoes the second time not the first and it made no difference. I plan on making more today, and leaving out the jalepeno seeds as always.

Thank you so much for the resipe it is so good!!
Recipe is awesome! I added black beans and corn to mine, PHENOMENAL! I used mostly ingredients from my garden and it came out pretty spicy I&#039;d say medium-hot using the cup of jalapenos. I canned two quarts then added the black beans and corn, which made another two.
I&#039;ll definitely be using this recipe again, maybe add pineapple or grill the veggies first for the next one (=
I have to agree with everyone else, this is the best salsa I have ever made - BAR NONE!!!! I didn't have and jalepeno peppers so I used Anaheim because that's what I grew this year. I also added about 1/2cup of chopped cilantro. This is very appropriately named, it is wonderful.
We love this salsa! our garden didn&#039;t do well with tomatoes last year so we had to buy tomatoes just to make it. :) We add 1/2 bunch of cilantro, 1 can corn and 1 can black beans per recipe. I also cut down on the paste/sauce or just use what I have on hand. This keeps it less saucy and closer to a fresh salsa. To make mild, remove half of the jalape&ntilde;os seeds. It is truly a favorite in my house and my hubby pretty much won&#039;t eat any other salsa. SO YUMMY!
This is the BEST salsa recipe! It is thick and has just the right amount of spices with very mild heat. Everyone in my family loves it. I had made 12 quart jars in 2007 and we had few jars that got put back when we moved. We just found it this year (2018) and the seal wasn't broken. We ate it and it tasted just as good as the day I canned it. Thank you for the truly &quot;Wonderful Salsa&quot; recipe!
Awesome. Definitely a keeper - easy to adjust the heat up or down.
The yummiest salsa I've had in a while. Will definitely make more to can, and will experiment with spice levels. Hopefully, we won't eat it all before canning it like we did last time!
This was delicious salsa. I used the food processor to save time and so the veggies were all evenly cut. The addition of the tomato sauce and paste made this the best. We loved it. I put mine up in pint jars and I got 8 pints. Thank you for sharing, I&#039;m off to make another batch now!
Outstanding - I added 1/2 cup of minced cilantro, and used poblano peppers (warm but mild) instead of sweet green peppers. I also cut the sugar to 1 tbsp as suggested by others. Result was TOO GOOD! Will freeze the rest, also suggested by others.
Thanks.
I made a very small serving of this to go with our quesadillas and guacamole and the family raved about this salsa. I thought it was a bit too sweet, and will probably cut back on the sugar just a little bit in the future (but I also left out the jalapeno). But we're never going to want Pace or any other storebought salsa again!
THIS STUFF IS GREAT ! Even though there are
already 122 reviews, I just had to add mine. Made
this recipe on Saturday afternoon and it was 
completely gone by Monday afternoon. Will be making another batch tonight (Monday). Everyone
was eating it for breakfast Sunday. Thank you
for such a great recipe! It is the best salsa
we have ever eaten.
Excellent! Doubled the recipe, left the skins on, left out the sugar, halved the cumin, added 2 teaspoons of chili powder, 2 tablespoons of cayenne, 1/2 cup of chopped cilantro. So easy and looks great in the jars. Thanks for sharing this terrific keeper, recipe!
You are right, this is wonderful. I halved the recipe and had to use canned diced tomatoes and I omitted the tomato paste (because I forgot to buy it). I can't wait til summer to try this with fresh tomato but until then I will just keep using canned. This is way better and cheaper than any jarred salsa.
A friend of mine told me to try this recipe after she found it and made it. She said it was REALLY good. After making the first batch, my husband went out and picked more tomatoes to make another one. The name of this salsa fits it perfectly, it really is wonderful. I already have this one in my recipe book since we will be making more in a few days. Thank you for a great recipe!
This is the best salsa ever!! I have shared it with many of my friends and they all said it is amazing! They ate it with a spoon, it was so good. 5 stars.
Thanks for the wonderful recipe. I will definitely be using this recipe year after year
This really is "Wonderful Salsa"! Canned a batch of it using all my own homegrown veggies, and it made the best tasting salsa I have ever had!!The flavor seems to burst across your tongue.Intense! Even the "heat freaks" in the family loved it!! It was easy to make and easy to can.The only thing I will do differently next time is to not cook it for the entire 10 minutes called for in the original recipe, other than that, everything else will be done the same. This is definitely the only salsa recipe I will use from now on!!!
This turned out absolutely delicious. I also am going to freeze it rather than canning. This is the first time I have made homemade salsa and I'm glad I picked this recipe. The only change I will make is a minor one, and that is to add less sugar next time.
Simply incredible. BF actually used several expletives to describe how much he loved this salsa (I'll spare everyone the details here)! I'm freezing some of it but we're eating a lot of it so I don't actually know how much will be left to freeze! I used part canned and part fresh tomatoes and half fresh and half pickled jalapenos (lean week for groceries!) and used kosher salt--didn't have any canning salt on hand. Also didn't add any green pepper. And squeezed juice from 1/2 a lemon, then threw the rest in while it was cooking. AWESOME.
This turned out very good although I think next time I&#039;ll increase the jalapenos even more. I used a generous cup of chopped jalapenos (plus about half the removed seeds) and while the salsa tasted plenty spicy (medium/hot) after cooking, it mellowed out quite a bit after canning to more of a mild (my 2 year old was eating it). Next time I&#039;ll probably throw in an extra 2-3 jalapenos plus more seeds and I think it&#039;ll be perfect. Oh I also added the juice of 3 limes and omitted the sugar as my tomatoes were plenty sweet. Very easy to make! Thanks!
This recipe was very easy to make and I got rave reviews from everyone who tried it. This was my first canning experience. The only bummer was that out of the 8 pints this made, I only have 2 left as everyone wanted a jar!!!
Like this needs another 5 star review but here goes: I cut the recipe in half and used 4 hot house tomatoes, 2 cans of diced tomatoes, a red bell pepper (can't stand the green), regular salt, no sugar and added lime juice from half a lime. I agree that it needs some cilantro so that will go in next time and there will be a next time. I'm gonna put the extra in the freezer since I don't can. Thanks for a great recipe.
This possible the best salsa we have ever eaten. I left out the cumin as we do not like the taste of it. Next time I may use a little less sugar as I think my tomatoes were were quite sweet by themselves. I used extra jalapeno pepper to make it hotter. Thanks for the recipe.
I did not can, So I didn&#039;t want to give a rating since canning may change the flavoring. But if you eat it after it cools. I will say that it compares to Pace Picante (hot version). Almost Identical taste. Not saying that it is bad. But if your going to spend the time and money I feel you should have an idea of the taste. By the way I did eat it and gave it to friends who did ate it and liked it.
I think that this is false advertising!!! Wonderful salsa is not the word for it. THE BEST SALSA IN THE WORLD is a better term!!! I had never canned before so I had to read up on it a bit. Really easy to do. Then I went and got my things for this lovely recipe. I boiled my water and dunked my tomatoes for about 30 seconds then shocked them in a cold bat to help get the skins off easily. THis was just too darn easy. The final result was just simply amazing. I will NEVER EVER buy store salsa again. Thank you thank you thank you Jazze22 you are my hero!!!! I would recomend when doign this that you double the recipe because when it is all done you will want to kick yourself for not making more. (like I did) The only thing I added was 1/2cup of cilantro. Also just a squirt of lemon and lime.
One last thing. In the dozens of batches I have made I have never added any sugar. And it still stateds AMAZING!!
I love this recipe so I need video this recipe plez-
I made this last year and can't wait to plant more tomatoes this year... LOVED IT and I've tried a million recipes.
I made this about 3 weeks ago and sent some back to college with my son. He was home this weekend and wanted more Salsa . He said the guys in the dorm thought it was the best. I made a double batch yesterday. It is a great Salsa a bit of a kick but not to much. I followed the recipe as is and the only thing I may change is adding a few more jalepenos for the members of my family who like it hot.
I made this over the summer and I am still enjoying it! Everyone that I have shared this with talks about how it may be the best salsa they have had. I have not bought salsa since I made this and I am pretty sure I won't again. I look forward to making this again this summer. Thank you so much for such a wonderful salsa recipe.
So quick, easy and delicious!! I used tinned diced tomatoes and passata. Didn't do a hot water bath, just put it into jars with a bit of room for expansion and froze it. Everyone who tries it absolutely loves it. If you want more heat add the jalapeno seeds.
what kind of green peppers? Green Chili or bell pepper?
Absolutely 5 stars! I made this and just tweeked it a little, we like it thicker, so I cooked it longer. And added extra peppers. Everyone who has tried it loves it and gives me lots of compliments. Thank You - for sharing a great recipe with all of us! I will be making this many times more as we have always loved salsa and we planted a huge garden this year!
outstanding! Cut the recipe in half, just in case I didn't like it..oh boy, I will be making it again very soon. Next time I will cut the sugar in half, as it was a little sweet for my taste, my guests on the other hand, love it just the way it was!
Thanks Jazzee for a great recipe.
This recipe is wonderful. I modified it slightly by skipping the jalape&ntilde;os and adding Mrs. Wages dry salsa seasoning mix (just enough to suit your taste). I then add the jalape&ntilde;os til I get the heat I want.
This is the first salsa I've ever canned and my kids LOVED it. I tried it because it got so many good reviews. I left out the sugar and added one-half cup of chopped cliantro. I also added two tablespoons of lime juice to each jar before I added the tomato mixture, then canned it. Figured the lime juice would taste good, plus make my County Extension neighbor happier that it had more acid. It's great, I'm going to make some more. Beats what you get in the store hands down!
OMG! What can you possibly say about this recipe other than ITS AWESOME! I cut the recipe in half other than for the onions I used two medium yellow onions and I used 2 cups bell pepper and 2 jalapenos as well as 4 tsp of the cumin. I also took the advice of some others and added the Cilantro. This is the best salsa I've ever had, We had it with homemade tortilla chips and my son couldn't stop eating it!..This will now be a full time item in my fridge! Thanks so much for sharing!
09/05/09: Excellent! Used in "Chicken Spinach Mexiwraps #319139" and everything was perfect. Thank you! 09/07/09: Liked the looks and the texture of the salsa better without the tomato sauce. The flavor is excellent either way.
WOW this salsa is great, it is now on my recommendation list. I am not a good cook, but WOW I did it. husband loves it.
The name sure suits this salsa! I've made in several times, each time it has been delicious. I canned it and got 8 pints full today. Last time I think I filled about 6 -7 pints. Thanks for sharing this great recipe! I do not put the whole cup of jalapeno peppers--we like it less hot.....
This is the best salsa I've ever had. I ran mine through the blender for a few pulses because I don't like my salsa thick and I opted not to add the can of tomato sauce since it was already quite loose. It made 5 jars of salsa, and less than two weeks later, I'm on my last jar :-( I will be making this again ASAP.
We loved this recipe....just to add a little something extra, I added 2 cans of black beans and 2 cans of whole corn (drained). Oh so good! I will be making this one every year. Way better than store bought.
does this recipe really need a 174th review? Probably not, but I'm adding mine in to the mix. fresh tomatoes unpeeled, 2 Vidalia onions, 1 jalepeno (the only one I had on hand). I also omitted the tomato sauce and added in a can of petite diced tomatoes and about 1/2 c chopped cilantro. I boiled and processed half of the salsa, and stuck the rest into the refrigerator for immediate use. OMG, the fresher uncooked salsa was AMAZING! The other was good, but you can't beat that garden fresh taste. This recipe is a keeper!
This is the most delicious salsa recipe ever, and that includes store bought!! I used cherry tomatoes. After reading reviews about this tasting saucy like tomato sauce, I used the recommended can size of tomato paste to compensate for the anticipated wateriness of the cherries, but only used an 8 ounce can of tomato sauce. I also made a few other modifications out of necessity. I had just finished pickling cucumbers and had run out of vinegar, so I substituted for the juice of two small limes instead. I only had 1 tsp left of cumin, so for the other teaspoon I used powdered coriander. I also cooked it longer than the recommended 10 minutes because I was cooking the cherry tomatoes whole and I used a potato masher to squish them. I used maybe a quarter to half a cup of jalapeno peppers in a jar and ran out. In addition, I added a can of corn after it had all cooked. The result was the most delicious medium hot salsa I've ever had!!! Next time I'll follow the recipe to a tee and make sure I have all of the ingredients on hand, but winging it with what I had around produced a better than I've ever tasted salsa!! I think this is a very forgiving recipe :)
This is our first year having a garden and wasn&#039;t prepared for the amount of tomatoes we got. So I decided to try canning. This was the first recipe I used for canning salsa and it will be the only one I use! We loved this salsa. Canned 3 jars the first time and making more today becuase the first three are gone already! Thanks for a great recipe!
Great salsa recipe! Made one and had to do another double batch! I did a finely chopped salsa and used 9 cups of the chopped Roma tomatoes and added in 2 tsp of the cumin. Used a variety of peppers too and boiled for about 20 minutes to get the heat out and then was able to taste and add in a bit more of the hot peppers. Easy and I have already shared the recipe. Thanks for posting!
This is a fabulous salsa. I found the recipe a few years ago. I make no less than 100 qts each year. I give away so many quarts for people to try. All of them say it is the best they have ever tasted and ask for the recipe. My changes include: I do not use the jalapeno seeds in my salsa. Also, I use white vinegar. In addition, I add approx. 1/4 cup dried parsley (optional). If I want a hotter salsa, I add the jalapeno seeds from a couple of the peppers to the mix.&lt;br/&gt;&lt;br/&gt;For a milder salsa I use 1/3 cup Jalapeno peppers and 1 tsp. cumin. &lt;br/&gt;My Yield 4 qts or 8 pts.
This salsa tasted better than most found on supermarket shelves. I added some hot red chillies to give it an extra kick - deeelicious!
Everybody loves it, including people who told me they are not big fans of homemade salsa. This one's a keeper.
This recipe is amazing! I had a bunch of tomatoes in my garden I didn't know what to do with. I found this recipe and it was the perfect thing to use them on. My husband swears as long as I make this over and over again, I am never to buy salsa again! It's so fresh and great tasting. I didn't change a thing in the recipe, my husband thinks it may need some cilantro...I think it's perfect the way it is!
I am so excited to get home and try this, I can't wait!! :) 9.18.08 Update-I made this salsa today and wow it is WONDERFUL, I added some extra peppers and some cilantro, I omitted the sugar as suggested in a review,and I use a blender for a smooth salsa. Perfect is the word I would use to describe this salsa. I bought plastic Ball freezer jars and I froze the rest instead of canning. Thanks for posting, this is a keeper for sure. :) 4.1.09 Ready to make some more!! Extra spicy this time!!5/2009 I planted my first garden so I can make this salsa! I love it.... :) 7.20.09-I have made this twice this past week, both batches are GONE! Everyone should have this recipe in there recipe stash! LOVE IT! 4.11.10 It's so nice outside, a great excuse for SALSA time. Love this recipe!!
I made this recipe as directed except I didn't can the salsa. I substituted regular table salt in place of canning salt. I mixed all ingredients together and slow boiled about 20 minutes on top of stove. Great flavor, easy and a nice way to use up the summer tomatoes.
This is some really great salsa. I used Roma tomatos, pulsed them around in the food processor. Left out the green peppers, as I don't like them in my salsa. Used Kosher salt for the canning salt. I will say it was too sweet for my taste, but friends like the sweetness. I will cut back on the sugar next time for sure.
This salsa would be good when making chilli or goulash but is too much of a tomato taste. The cumin needs to be replaced with cilantro. I canned 6 pints of this today with my garden tomatoes and was very disappointed in the end result.
Name says it all. Followed recipe review suggestions (cilantro, exta garlic, cut down on sugar & used Kosher Salt). Did add a LOT of diced cucumbers since I had so many from the garden. Used same recipe to make a "hot" version w/every hot pepper (including seeds) that we planted. Getting wonderful comments/reviews from everyone that got a jar. Canned all following Ball Blue Book instructions for boiling-water canner. Same as I did last 3 yrs. - never had a problem.
I have had to make this Salsa over and over again to the tune of 8 or 9 times. I ran out of fresh tomatoes and had to go to using my qts of canned tomatoes. It is a truly Wonderful Salsa. My son who never eats salsa LOVES it and my BF who HATES onions is ecstatic. His sister is allergic to cilantro so this recipe is perfect!! I have kept making it all winter!! thanks!
Made 75 jars of this last year. Everytime I give a jar to someone they say that it is THE BEST salsa that they have ever had. We omit the cumin.

Update 75 was not enough, we ran out in July!!
Awesome. I added 2 bundles of cilantro. My new go to sauce,thanks.
This salsa is the BOMB!! I have made this and entered it in our county fair won first place. I have had people I work ask me to sell it! The best by far!! Thank you Jazze22
Excellent recipe and so easy to make! My husbands already polished off 2 jars.
Will leave a full review in the next few days. I have a feeling that this salsa will grow in flavor as the ingredients marry. Not that it's not amazing right now, but, I am very curious as to the taste of it in 48 hours after refrigeration. THANK YOU for this recipe! It's a true winner!
This is by far the best salsa I've ever had! My entire family raves about it. Like previous reviewers, I omitted the sugar. I also used red wine vinegar. Delicious!
I just realized that I hadn't rated this and I have been using it for the last 3 years. This is by far the very best salsa!! Everyone who tries it loves it and wants the recipe. My husbands friend liked it so much that when he ran out of chips to dip with he ate it plain with a spoon!!!! It's that good! Thank you so much for sharing this wonderful salsa recipe!
What great salsa! The best I have ever canned!
Awesome salsa!!!!! I made two double batches for our winter stash! I eliminated the can of tomato sauce and increased the paste, by an additional can (per recipe). Hubs says it's awesome!!
It's a kicker! But it is yum, yum!!!!! I will can it again next year!
I love this recipe! I had contacted my extension office and had them review this recipe to see if it was safe to can. They told me it looked fine but to buy ph strips and check it just to be safe. My first batch I followed the recipe except I added an extra teaspoon of cumin, a a handful of chopped fresh cilantro and only added 1 T sugar. I also added 3/4 c lime juice to increase the acidity. This is sooooo delicious. For my second batch I used dried chipotle powder and it had a wonderful smoky flavor. Thank you so much for posting this.
Great Salsa! I had a similar recipe, but this one is better. Thanks for sharing
I intended on canning this and made this before going to the store for both the tomato sauce and paste (and cilantro which I always love in salsa). We however, loved this so much that there wasn&#039;t enough left to even bother jarring. I used lime juice instead of vinegar (personal preference). This was so fresh and delicious, I will make it again as instructed (reducing the sugar by half) and then one more time; making half with mango and half a little hotter. Great way to use up the jalapenos, onions, and tomatoes in the garden. This is such a flavorful and excellent recipe. Thanks for sharing!
I have been trying lots of salsa recipes looking for the right one. Well I found it! Everyone who has tried it, Loves it and has asked for more! This is a KEEPER. Thanks so much!
Great recipe!! Made two batches- followed the recipe exactly for the first batch and it is wonderful. Second time around I omitted the sugar and used sweet onions instead of white, also added 1/4 cup cilantro. I like the second batch more. Also- I processed mine for 20 minutes (15 lid on, 5 lid off). Thank you so much for a recipe I&#039;ll use for years to come!
This is a great salsa! Thanks for posting.
Not that you need another review but had to add my 5 starts to this. I needed some salsa for dinner tonight and didn't have any, so I decided to try this with canned diced tomatoes and a can of rotel, blended in the blender. I halved the recipe for the two of us and it turned out great. I simmered this on the stove for about an hour and a half. I didn't have tomato sauce or tomato paste so used an extra can of tomatoes blended in the blender. Worked out great. The spice combination was just right. thanks
Does this really need review #150? It's worth it !! Made just as posted with the exception of throwing in some extra chili peppers from the garden. We loved it. Made 3 batches. Thanks !!
I have been looking for a really good salsa recipe. I have found it with this one. Because we don't care for too spicy, we did not put jalapeno but just red & green peppers. Consistency is great! Taste is wonderful. Thanks.
Tried other salsa recipes and this one was by far the best. I omitted the cummin and used chili peppers in place of the jalepeno and bell peppers. Even my wife who doesn't like salsa very much likes this one.
This is the best salsa I've had. I've made three batches and given some to friends who say same thing.
I feel almost bad giving this only 4 stars.. it has so many 5 stars... but this salsa just wasn't a 5 star in my opinion. I am going to play with it though.. it may just be too much sugar.. or not enough heat. There was something that tasted just a bit "off" to DH and I... maybe it was one my ingredients... I'll have to try again.. and see if we can tweak it a bit.. that said.. it was a really good recipe.. and probably the best I've canned so far! thanks for the recipe!
I agree with another reviewer, the tomato sauce and paste were the death of this recipe for me. I do not care for the picante type salsa. It&#039;s almost like eating chili without beans to me. However, it does have a good flavor for someone who might like this type of salsa.
I added cilantro, a peach and a mango to a half batch of this salsa and it was marvelous! I also replaced the jalapenos for some very hot banana peppers i had. Everyone who has tried it, has loved it! Going to make some more soon for go-to gifts but i think i might also add more onion and black beans to up the fiber and protein content.
GREAT! My husband and brother-in-law just thought this was the best salsa ever. In fact I took some downstairs when they got in from the fields, and they ate half a batch. In fact my brother-in-law (who is your normal 25 year old guy) said he would keep eating salsa even if there was a really hot woman in the next room...a great compliment.
I followed the recipe...used 2 green peppers, 2 whole jalapeno peppers, a handful of fresh cilantro, and 1 lemons juice. Since everything was fresh I skipped the sugar. My husband asked that I would can a lot of this, but said not to give as a gift at Christmas because it was really good, and he didn't want to share. In fact he went online to find more recipes that use salsa, to get more ways to eat it.Thank You for such a perfect recipe to use up lots of produce from my garden.
I tried this recipe for my second attempt canning homemade salsa and it is now the only recipe I will use! I used banana peppers, because that's what I had, and added cilantro and it was absolutely awesome! It's like dessert! Thanks for the wonderful salsa recipe!:)
This was a very good salsa recipe and makes lots! I would have preferred it a bit hotter so I'll add a few more jalapenos next time. Definately a crowd pleasing recipe.
I had a lot of tomatoes and jalape&ntilde;os to put up and wanted to can some salsa since we go through so much of it. This recipe looked very promising but we just didn&#039;t care for it. We didn&#039;t like the bell peppers and the cumin was way too much. It totally overpowered all of the other flavors. The salsa basically just tasted like cumin. The next batch I did I omitted the bell pepper and used a cup of cilantro leaves instead, fairly packed. I cut the cumin in half and used lime juice instead of the vinegar. The end result was still a teensy bit cumin-y but a huge improvement over the first batch and the closest to our favorite restaurant salsa that I&#039;ve ever made. We went through two jars of it in three days. My next batch, which I&#039;ll do today, will have only 3/4 teaspoon of cumin and then I think I&#039;ll have nailed it.
I made this 2 days ago followed as stated , used 5 jalepeno peppers, 2 of them i left seeds and membranes , chopped fine tasted perfect, had just right amount of heat ...ty Jazze for such a great recipe
I made 3 batches of this last summer and forgot to rate it. My family gobbled it up so fast that I had to hide some to last through the winter. They are requesting more of it since our tomatoes are beginning to ripen.
This is a fantastic and easy recipe. The tomatoes this year are abundant and very delicious. I'm making my 2nd batch this afternoon. Thanks for a wonderful salsa.
This is so good! We've made 4 patches already. Everyone loves this salsa. It has great flavor, can be chunky or not, and it's not overly watery. So many raves on this. I also cut back on the sugar and added a little fresh cilantro. Yummy!! Thanks for this recipe!
This is wonderful, I made the mistake of using fresh cayenne peppers from my garden ( which are very hot ) and ended up picking alot of them out. I added 2 tsps coriander with the cumin. This is the first time I have canned salsa and am delighted with the result, Thanks for a great recipe.
One of the best salsa I ever made. I didn't even peel the fresh tomatoes. I have a Kitchen Ninja so I just put the tomatoes in there and hit the power about 10 times. Chopped the onions and peppers in it too. I love cumin in salsa, so this didn't disappoint. The black pepper is the ingredient I wasn't sure about, but it works very well even with the heat of the peppers. I didn't use the green peppers, that was about the only change I made other than only using 1 small can of tomato sauce. Froze 8 little cup containers and have a qt jar in the fridge. This is a keeper!!
I made this last year at the end of the season we thought it was excellent flavor but not too spicy even after i used large red chile peppers instead of green peppers and added about 1/4 c of thai and medusa peppers we like things hot and cut the sugar back to 1/8 cup. Well at Christmas time my mother in-law had some Nachos and salsa out and everybody wanted to know what brand the salsa was she told them it was mine we just could not get over the flavor and the heat had gotten alittle stronger without killing the flavor of the salsa thank=you for this recipe I am just getting ready to can a coulpe of batches and noticed I didn't rate this it is worth much more than5 stars
This is my first time making salsa and it was a huge hit! I served it at our Packer party and everyone raved about it. I followed the recipe as listed except I did not add sugar since I was using homegrown tomatoes. Instead of canning the salsa I froze it using Ball brand pint size freezer jars. No more store-bought salsa for us! I am looking forward to making this fabulous salsa for many years! Thanks for a great recipe!
Excellent. A tad sweet for me, so next time I'll reduce the sugar, but otherwise an awesome salsa.
This Wonderful Salsa recipe is exactly that - wonderful. I made a batch as posted and a second, this time using hot banana peppers for half of the green bell peppers for a hotter salsa. The use of the tomatoe sauce and tomatoe paste really make a difference in the end texture of the salsa. thank you Jazze22 for sharing the recipe.
I love this salsa. Everybody who has tried it loves it. My mother-in-law gives me her extra tomatoes so I will give her a jar of this salsa. LOVE it as is, milder, and even a bit hotter. We planted 20 tomatoe plants just for this...will use Muir Glen Organics for the sause and paste because they are in lead free BPA free cans. I skip the sugar because the tomatoes from the garden are sweet enough, I like to add fresh lemon (1/2 lemon per batch).
Nice and fresh, with beautiful color and consistency. Almost perfect, but not quite. Very good recipe.
this sounds great an tastes the same
This is the best salsa recipe I have tried and I have tried many. I added cilantro to it and experiment with different types of peppers for different 'hots'and seasoned tomato sauces. Everyone loves this stuff! Friends ask to reserve a jar in advance and I give it as holiday gifts. Fantastic!
Wow what can I say i will never pick up salsa from the stores again. The whole family loved it and my two little girls loved helping with it and as well eating it. Have had to hide it on my husband otherwise he would eat out the the jars I think. great recipe.
Great stuff! I used 5 lbs. tomatoes, unpeeled & undrained. Took reviewers' suggestions and used celery for some of the green pepper, and added carrots. Used 8 oz. can roasted garlic tomato sauce; cut the sugar to 1/4 cup. The taste was great after it sat for a couple of days. I'll be making lots of this.
I've canned this salsa for about 5 yrs and each year I have to increase how many batches I make. I have decreased the sugar and added cilantro. I have also stream-lined it a little. I have found draining off the liquid to be unnecessary. Also, last year I left the skin on the tomatoes and chopped the tomatoes with the Vidalia Onion Chopper. (An awesome invention!. Now it takes me and hour and a half from the time I start chopping until the time I take the jars out of the cooker. The skins weren't noticeable at all.
I think that I have to avoid the recipe when people put "wonderful" in the title. This is salsa is bland, so I will give you some tips to improve it. Put in the juice from 1 lime, 2 TBS of cayenne pepper, 3 TBS of Kosher salt and 1 bunch of cilantro. Wow!! Now it tastes like salsa and not a veggie medley. Cheers!
I made this yesterday and used some for our meal last night. VERY GOOD! The only change I made was to use 1 can of diced tomatoes, as I was short 1 can of tomato paste. Also I used 3 whole jalapenos and the remainder without ribs and seeds. It came out just right as far as heat is concerned. Love this recipe. Thanks for posting.
Truly wonderful! Easy, great taste, and makes a large quantity although the salsa does disappear quickly.
I love it!! I made it and everyone who has tried it, loves it! I might back off the sugar just a little bit and use less jalepenos next time as it is a medium hot recipe and a little warm for my kids. Thank you for sharing!
I really dislike green peppers so I almost left them out but I'm committed to trying new recipes exactly as written, so followed the instructions exactly. I also believe quality and fresh ingredients matter. I used a variety of fresh tomatoes from our garden, blanching to remove skins easily. DON'T CHANGE ANYTHING IN THIS RECIPE! Damn fine salsa. One item for Christmas baskets down. Thank you so much!
Why does it have to be refrigerated if it has been sealed on a hot water bath?
I just started canning and I made this salsa and I can't believe how wonderful it tastes. Now that I made this there is no stopping me now. My whole family really enjoyed it. thanks for posting such a great recipe.
Made 2x now. Both times using canned jalapeno's but tomatoes & onions from my garden. I cut back on the sugar the 2nd time around
Wow! I have a new favorite salsa recipe!!! I removed the jalapeno seeds and membranes from my first couple of batches, because I prefer very, very mild salsa. I added the heat in later batches for my husband. We are both satisfied with the results and can eat a jar at a sitting.
The name says it all. This was my first time canning anything and it came out great. I did pressure can it because of some of the reviews I read. I have made this recipe twice in the last couple of weeks because my family keeps requesting more, I love it too.
I will add my vote. Thank-you
As the title says....wonderful! This was my first attempt to can....and I'm glad I started here. It is good and will provide a good base recipe to use and modify. Thanks!
This is a great basic salsa recipe. I made several jars with the heat I like then added some extra heat to the hubby's I'm shootings for flames coming out everywhere when he eats it. This was so good my daughter's freind asked for a jar for her birthday!!!! Thanks for posting.
I am bummed. I followed the instructions and it's just too sweet for me -- too much sugar for my taste. Nice texture/consistency. Good potential recipe, but next time I'll add sugar only as needed rather than blindly dumping in the whole 1/3 c.
wooow ...the best salsa ever .. but how long before it goes bad
I thought that this had good taste, but I really wish I would have listened to some of the other reviews, and NOT added the sugar. I thought the sugar made it way too sweet. Next time, I'll skip the sugar.
I absolutely love this recipe!!! Thank God I came it across here....Definitely going into the family cookbook! Thanks a lot for sharing!!!!
This recipe is so easy and it really is wonderful. I have it in the bath canner now but there is just a little left for fresh. When this sits and marries a bit, I bet it is going to be amazing! We had everything on hand - can&#039;t imagine how that happened lol but we got 11 12oz jars from this batch. Thank you so very much for a wonderful and easy recipe.
Awesome! We just completed our second batch of this salsa and it is great! My husband likes HOT salsa, so we doubled the jalapeno peppers, but it still had wonderful flavor. Great recipe!
Loved this recipe, we've made it two weekends in a row because everyone loved it so much!!! the only thing that we did differently was after boiling put everything in the food processor to lessen the chunkiness.
My husband and I found this recipe several years ago and have used it ever since. We have been asked for this recipe from friends and family members you use it too. This is the best recipe and all of the reviews were extremely helpful. Do Not add the sugar if you have home grown tomatoes; they are naturally sweet enough. I do not peel the tomatoes and I use regular tomotoes (not roma&#039;s). I also use all of the tomato juice, no wasting. I have added a variety of hot peppers not just the jalepenos to give each batch a unique flavor and heat. The cumin is one of the secret ingredients that makes this recipe a hit. Thanks for a wonderful salsa recipe!
Boyfriend had tons of fresh tomatoes and peppers from his garden so whether it was that or the recipe, I don't know, but I'm addicted to it! Love love love this recipe. Making it for Christmas presents. My friends said the same thing!
I have been making this salsa since 2004. Each year I've had to double or triple the number of batches we make. It is the best salsa I've had and my family of 6 will down a quart of it in one evening. We can 48 quarts of this each August It is so good
I am making for the first time. We like a medium salsa. I have removed all the seeds from the jalapenos but not sure how many seeds to make it the correct heat. Help!
The taste is fantastic. I didn't can it, I decided to freeze it instead, if I have any left.
We've made this several times now, and with outstanding results each time. I don't use jalapenos at all, and have heard nothing but praise for this recipe! The part I think is the most fun, is chopping everything to go in the pot---very therapeutic!

I use this exclusively for my Mexicali Chicken and in other recipes calling for salsa or tomato sauce. Mmmm!

Also, I usually double or triple the recipe. Stores well, and seems to improve in taste even.
